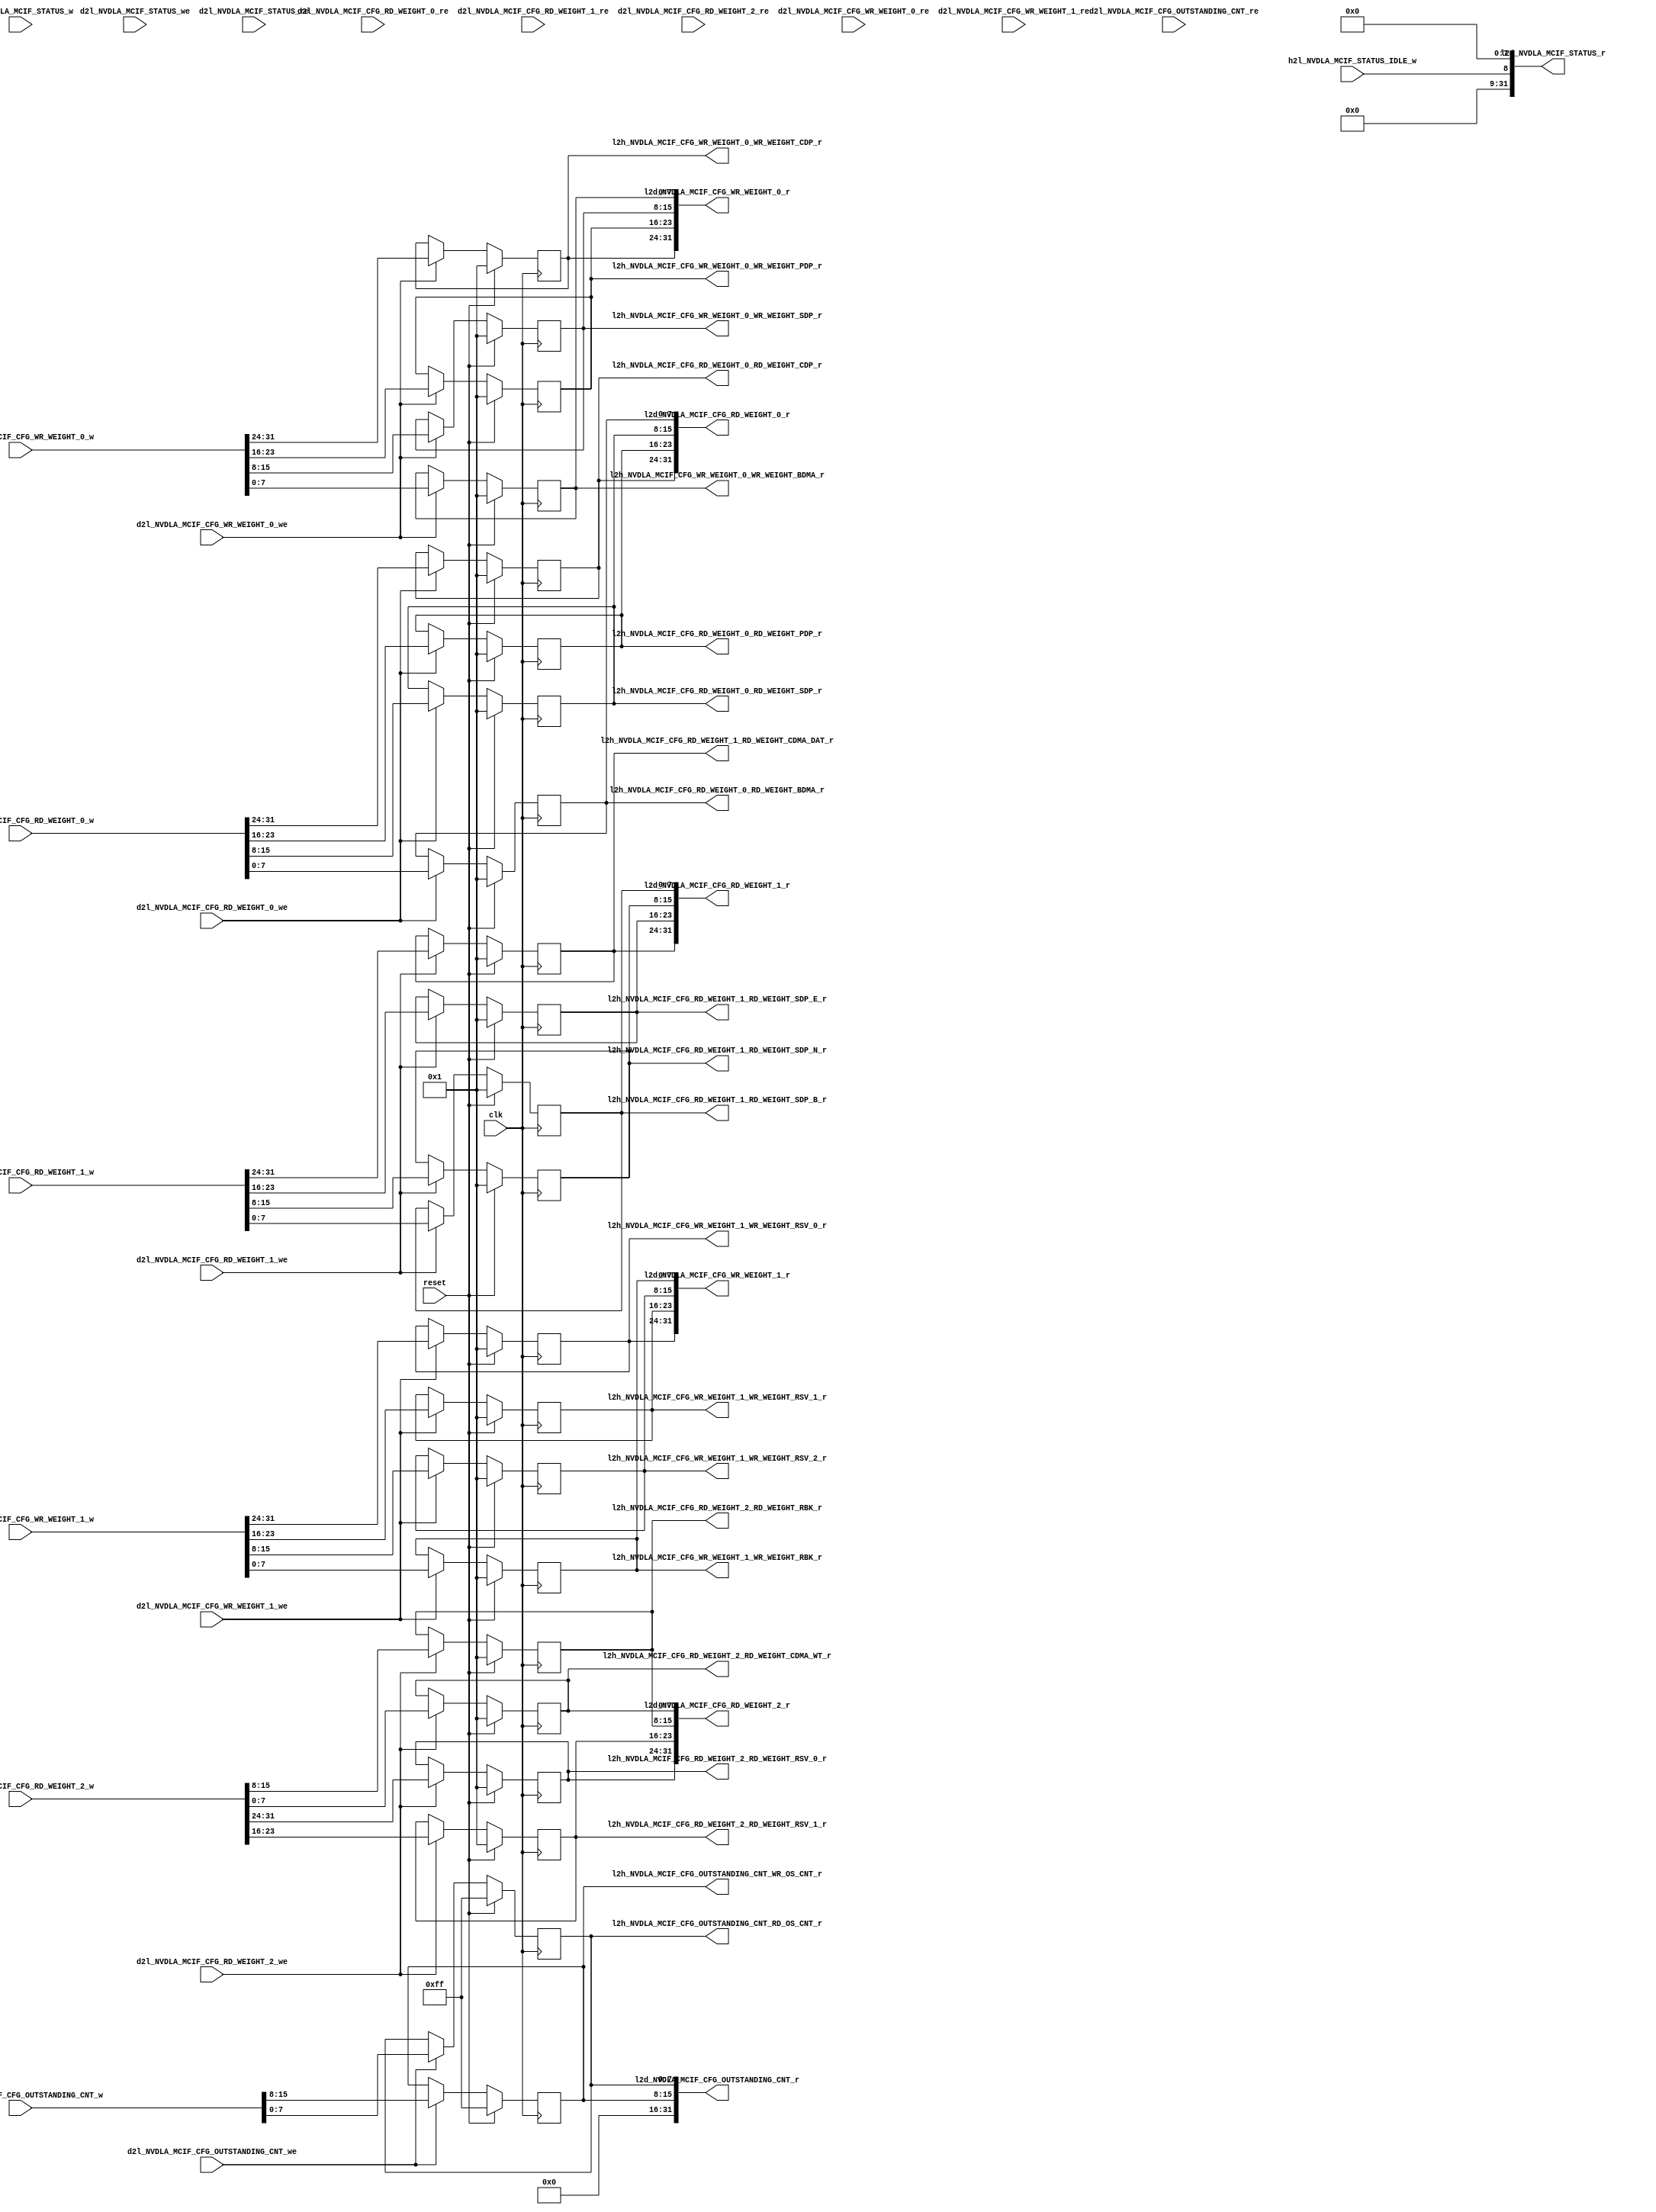
//   Ordt 171103.01 autogenerated file 
//   Input: NVDLA_MCIF.rdl
//   Parms: opendla.parms
//

//
//---------- module addrmap_NVDLA_jrdl_logic
//
module addrmap_NVDLA_jrdl_logic
(
  clk,
  reset,
  d2l_NVDLA_MCIF_CFG_RD_WEIGHT_0_w,
  d2l_NVDLA_MCIF_CFG_RD_WEIGHT_0_we,
  d2l_NVDLA_MCIF_CFG_RD_WEIGHT_0_re,
  d2l_NVDLA_MCIF_CFG_RD_WEIGHT_1_w,
  d2l_NVDLA_MCIF_CFG_RD_WEIGHT_1_we,
  d2l_NVDLA_MCIF_CFG_RD_WEIGHT_1_re,
  d2l_NVDLA_MCIF_CFG_RD_WEIGHT_2_w,
  d2l_NVDLA_MCIF_CFG_RD_WEIGHT_2_we,
  d2l_NVDLA_MCIF_CFG_RD_WEIGHT_2_re,
  d2l_NVDLA_MCIF_CFG_WR_WEIGHT_0_w,
  d2l_NVDLA_MCIF_CFG_WR_WEIGHT_0_we,
  d2l_NVDLA_MCIF_CFG_WR_WEIGHT_0_re,
  d2l_NVDLA_MCIF_CFG_WR_WEIGHT_1_w,
  d2l_NVDLA_MCIF_CFG_WR_WEIGHT_1_we,
  d2l_NVDLA_MCIF_CFG_WR_WEIGHT_1_re,
  d2l_NVDLA_MCIF_CFG_OUTSTANDING_CNT_w,
  d2l_NVDLA_MCIF_CFG_OUTSTANDING_CNT_we,
  d2l_NVDLA_MCIF_CFG_OUTSTANDING_CNT_re,
  d2l_NVDLA_MCIF_STATUS_w,
  d2l_NVDLA_MCIF_STATUS_we,
  d2l_NVDLA_MCIF_STATUS_re,
  h2l_NVDLA_MCIF_STATUS_IDLE_w,

  l2d_NVDLA_MCIF_CFG_RD_WEIGHT_0_r,
  l2d_NVDLA_MCIF_CFG_RD_WEIGHT_1_r,
  l2d_NVDLA_MCIF_CFG_RD_WEIGHT_2_r,
  l2d_NVDLA_MCIF_CFG_WR_WEIGHT_0_r,
  l2d_NVDLA_MCIF_CFG_WR_WEIGHT_1_r,
  l2d_NVDLA_MCIF_CFG_OUTSTANDING_CNT_r,
  l2d_NVDLA_MCIF_STATUS_r,
  l2h_NVDLA_MCIF_CFG_RD_WEIGHT_0_RD_WEIGHT_BDMA_r,
  l2h_NVDLA_MCIF_CFG_RD_WEIGHT_0_RD_WEIGHT_SDP_r,
  l2h_NVDLA_MCIF_CFG_RD_WEIGHT_0_RD_WEIGHT_PDP_r,
  l2h_NVDLA_MCIF_CFG_RD_WEIGHT_0_RD_WEIGHT_CDP_r,
  l2h_NVDLA_MCIF_CFG_RD_WEIGHT_1_RD_WEIGHT_SDP_B_r,
  l2h_NVDLA_MCIF_CFG_RD_WEIGHT_1_RD_WEIGHT_SDP_N_r,
  l2h_NVDLA_MCIF_CFG_RD_WEIGHT_1_RD_WEIGHT_SDP_E_r,
  l2h_NVDLA_MCIF_CFG_RD_WEIGHT_1_RD_WEIGHT_CDMA_DAT_r,
  l2h_NVDLA_MCIF_CFG_RD_WEIGHT_2_RD_WEIGHT_CDMA_WT_r,
  l2h_NVDLA_MCIF_CFG_RD_WEIGHT_2_RD_WEIGHT_RBK_r,
  l2h_NVDLA_MCIF_CFG_RD_WEIGHT_2_RD_WEIGHT_RSV_1_r,
  l2h_NVDLA_MCIF_CFG_RD_WEIGHT_2_RD_WEIGHT_RSV_0_r,
  l2h_NVDLA_MCIF_CFG_WR_WEIGHT_0_WR_WEIGHT_BDMA_r,
  l2h_NVDLA_MCIF_CFG_WR_WEIGHT_0_WR_WEIGHT_SDP_r,
  l2h_NVDLA_MCIF_CFG_WR_WEIGHT_0_WR_WEIGHT_PDP_r,
  l2h_NVDLA_MCIF_CFG_WR_WEIGHT_0_WR_WEIGHT_CDP_r,
  l2h_NVDLA_MCIF_CFG_WR_WEIGHT_1_WR_WEIGHT_RBK_r,
  l2h_NVDLA_MCIF_CFG_WR_WEIGHT_1_WR_WEIGHT_RSV_2_r,
  l2h_NVDLA_MCIF_CFG_WR_WEIGHT_1_WR_WEIGHT_RSV_1_r,
  l2h_NVDLA_MCIF_CFG_WR_WEIGHT_1_WR_WEIGHT_RSV_0_r,
  l2h_NVDLA_MCIF_CFG_OUTSTANDING_CNT_RD_OS_CNT_r,
  l2h_NVDLA_MCIF_CFG_OUTSTANDING_CNT_WR_OS_CNT_r );

  //------- inputs
  input    clk;
  input    reset;
  input     [31:0] d2l_NVDLA_MCIF_CFG_RD_WEIGHT_0_w;
  input    d2l_NVDLA_MCIF_CFG_RD_WEIGHT_0_we;
  input    d2l_NVDLA_MCIF_CFG_RD_WEIGHT_0_re;
  input     [31:0] d2l_NVDLA_MCIF_CFG_RD_WEIGHT_1_w;
  input    d2l_NVDLA_MCIF_CFG_RD_WEIGHT_1_we;
  input    d2l_NVDLA_MCIF_CFG_RD_WEIGHT_1_re;
  input     [31:0] d2l_NVDLA_MCIF_CFG_RD_WEIGHT_2_w;
  input    d2l_NVDLA_MCIF_CFG_RD_WEIGHT_2_we;
  input    d2l_NVDLA_MCIF_CFG_RD_WEIGHT_2_re;
  input     [31:0] d2l_NVDLA_MCIF_CFG_WR_WEIGHT_0_w;
  input    d2l_NVDLA_MCIF_CFG_WR_WEIGHT_0_we;
  input    d2l_NVDLA_MCIF_CFG_WR_WEIGHT_0_re;
  input     [31:0] d2l_NVDLA_MCIF_CFG_WR_WEIGHT_1_w;
  input    d2l_NVDLA_MCIF_CFG_WR_WEIGHT_1_we;
  input    d2l_NVDLA_MCIF_CFG_WR_WEIGHT_1_re;
  input     [31:0] d2l_NVDLA_MCIF_CFG_OUTSTANDING_CNT_w;
  input    d2l_NVDLA_MCIF_CFG_OUTSTANDING_CNT_we;
  input    d2l_NVDLA_MCIF_CFG_OUTSTANDING_CNT_re;
  input     [31:0] d2l_NVDLA_MCIF_STATUS_w;
  input    d2l_NVDLA_MCIF_STATUS_we;
  input    d2l_NVDLA_MCIF_STATUS_re;
  input    h2l_NVDLA_MCIF_STATUS_IDLE_w;

  //------- outputs
  output     [31:0] l2d_NVDLA_MCIF_CFG_RD_WEIGHT_0_r;
  output     [31:0] l2d_NVDLA_MCIF_CFG_RD_WEIGHT_1_r;
  output     [31:0] l2d_NVDLA_MCIF_CFG_RD_WEIGHT_2_r;
  output     [31:0] l2d_NVDLA_MCIF_CFG_WR_WEIGHT_0_r;
  output     [31:0] l2d_NVDLA_MCIF_CFG_WR_WEIGHT_1_r;
  output     [31:0] l2d_NVDLA_MCIF_CFG_OUTSTANDING_CNT_r;
  output     [31:0] l2d_NVDLA_MCIF_STATUS_r;
  output     [7:0] l2h_NVDLA_MCIF_CFG_RD_WEIGHT_0_RD_WEIGHT_BDMA_r;
  output     [7:0] l2h_NVDLA_MCIF_CFG_RD_WEIGHT_0_RD_WEIGHT_SDP_r;
  output     [7:0] l2h_NVDLA_MCIF_CFG_RD_WEIGHT_0_RD_WEIGHT_PDP_r;
  output     [7:0] l2h_NVDLA_MCIF_CFG_RD_WEIGHT_0_RD_WEIGHT_CDP_r;
  output     [7:0] l2h_NVDLA_MCIF_CFG_RD_WEIGHT_1_RD_WEIGHT_SDP_B_r;
  output     [7:0] l2h_NVDLA_MCIF_CFG_RD_WEIGHT_1_RD_WEIGHT_SDP_N_r;
  output     [7:0] l2h_NVDLA_MCIF_CFG_RD_WEIGHT_1_RD_WEIGHT_SDP_E_r;
  output     [7:0] l2h_NVDLA_MCIF_CFG_RD_WEIGHT_1_RD_WEIGHT_CDMA_DAT_r;
  output     [7:0] l2h_NVDLA_MCIF_CFG_RD_WEIGHT_2_RD_WEIGHT_CDMA_WT_r;
  output     [7:0] l2h_NVDLA_MCIF_CFG_RD_WEIGHT_2_RD_WEIGHT_RBK_r;
  output     [7:0] l2h_NVDLA_MCIF_CFG_RD_WEIGHT_2_RD_WEIGHT_RSV_1_r;
  output     [7:0] l2h_NVDLA_MCIF_CFG_RD_WEIGHT_2_RD_WEIGHT_RSV_0_r;
  output     [7:0] l2h_NVDLA_MCIF_CFG_WR_WEIGHT_0_WR_WEIGHT_BDMA_r;
  output     [7:0] l2h_NVDLA_MCIF_CFG_WR_WEIGHT_0_WR_WEIGHT_SDP_r;
  output     [7:0] l2h_NVDLA_MCIF_CFG_WR_WEIGHT_0_WR_WEIGHT_PDP_r;
  output     [7:0] l2h_NVDLA_MCIF_CFG_WR_WEIGHT_0_WR_WEIGHT_CDP_r;
  output     [7:0] l2h_NVDLA_MCIF_CFG_WR_WEIGHT_1_WR_WEIGHT_RBK_r;
  output     [7:0] l2h_NVDLA_MCIF_CFG_WR_WEIGHT_1_WR_WEIGHT_RSV_2_r;
  output     [7:0] l2h_NVDLA_MCIF_CFG_WR_WEIGHT_1_WR_WEIGHT_RSV_1_r;
  output     [7:0] l2h_NVDLA_MCIF_CFG_WR_WEIGHT_1_WR_WEIGHT_RSV_0_r;
  output     [7:0] l2h_NVDLA_MCIF_CFG_OUTSTANDING_CNT_RD_OS_CNT_r;
  output     [7:0] l2h_NVDLA_MCIF_CFG_OUTSTANDING_CNT_WR_OS_CNT_r;


  //------- reg defines
  reg   [7:0] rg_NVDLA_MCIF_CFG_RD_WEIGHT_0_RD_WEIGHT_BDMA;
  reg   [7:0] reg_NVDLA_MCIF_CFG_RD_WEIGHT_0_RD_WEIGHT_BDMA_next;
  reg   [7:0] l2h_NVDLA_MCIF_CFG_RD_WEIGHT_0_RD_WEIGHT_BDMA_r;
  reg   [7:0] rg_NVDLA_MCIF_CFG_RD_WEIGHT_0_RD_WEIGHT_SDP;
  reg   [7:0] reg_NVDLA_MCIF_CFG_RD_WEIGHT_0_RD_WEIGHT_SDP_next;
  reg   [7:0] l2h_NVDLA_MCIF_CFG_RD_WEIGHT_0_RD_WEIGHT_SDP_r;
  reg   [7:0] rg_NVDLA_MCIF_CFG_RD_WEIGHT_0_RD_WEIGHT_PDP;
  reg   [7:0] reg_NVDLA_MCIF_CFG_RD_WEIGHT_0_RD_WEIGHT_PDP_next;
  reg   [7:0] l2h_NVDLA_MCIF_CFG_RD_WEIGHT_0_RD_WEIGHT_PDP_r;
  reg   [7:0] rg_NVDLA_MCIF_CFG_RD_WEIGHT_0_RD_WEIGHT_CDP;
  reg   [7:0] reg_NVDLA_MCIF_CFG_RD_WEIGHT_0_RD_WEIGHT_CDP_next;
  reg   [7:0] l2h_NVDLA_MCIF_CFG_RD_WEIGHT_0_RD_WEIGHT_CDP_r;
  reg   [31:0] l2d_NVDLA_MCIF_CFG_RD_WEIGHT_0_r;
  reg   [7:0] rg_NVDLA_MCIF_CFG_RD_WEIGHT_1_RD_WEIGHT_SDP_B;
  reg   [7:0] reg_NVDLA_MCIF_CFG_RD_WEIGHT_1_RD_WEIGHT_SDP_B_next;
  reg   [7:0] l2h_NVDLA_MCIF_CFG_RD_WEIGHT_1_RD_WEIGHT_SDP_B_r;
  reg   [7:0] rg_NVDLA_MCIF_CFG_RD_WEIGHT_1_RD_WEIGHT_SDP_N;
  reg   [7:0] reg_NVDLA_MCIF_CFG_RD_WEIGHT_1_RD_WEIGHT_SDP_N_next;
  reg   [7:0] l2h_NVDLA_MCIF_CFG_RD_WEIGHT_1_RD_WEIGHT_SDP_N_r;
  reg   [7:0] rg_NVDLA_MCIF_CFG_RD_WEIGHT_1_RD_WEIGHT_SDP_E;
  reg   [7:0] reg_NVDLA_MCIF_CFG_RD_WEIGHT_1_RD_WEIGHT_SDP_E_next;
  reg   [7:0] l2h_NVDLA_MCIF_CFG_RD_WEIGHT_1_RD_WEIGHT_SDP_E_r;
  reg   [7:0] rg_NVDLA_MCIF_CFG_RD_WEIGHT_1_RD_WEIGHT_CDMA_DAT;
  reg   [7:0] reg_NVDLA_MCIF_CFG_RD_WEIGHT_1_RD_WEIGHT_CDMA_DAT_next;
  reg   [7:0] l2h_NVDLA_MCIF_CFG_RD_WEIGHT_1_RD_WEIGHT_CDMA_DAT_r;
  reg   [31:0] l2d_NVDLA_MCIF_CFG_RD_WEIGHT_1_r;
  reg   [7:0] rg_NVDLA_MCIF_CFG_RD_WEIGHT_2_RD_WEIGHT_CDMA_WT;
  reg   [7:0] reg_NVDLA_MCIF_CFG_RD_WEIGHT_2_RD_WEIGHT_CDMA_WT_next;
  reg   [7:0] l2h_NVDLA_MCIF_CFG_RD_WEIGHT_2_RD_WEIGHT_CDMA_WT_r;
  reg   [7:0] rg_NVDLA_MCIF_CFG_RD_WEIGHT_2_RD_WEIGHT_RBK;
  reg   [7:0] reg_NVDLA_MCIF_CFG_RD_WEIGHT_2_RD_WEIGHT_RBK_next;
  reg   [7:0] l2h_NVDLA_MCIF_CFG_RD_WEIGHT_2_RD_WEIGHT_RBK_r;
  reg   [7:0] rg_NVDLA_MCIF_CFG_RD_WEIGHT_2_RD_WEIGHT_RSV_1;
  reg   [7:0] reg_NVDLA_MCIF_CFG_RD_WEIGHT_2_RD_WEIGHT_RSV_1_next;
  reg   [7:0] l2h_NVDLA_MCIF_CFG_RD_WEIGHT_2_RD_WEIGHT_RSV_1_r;
  reg   [7:0] rg_NVDLA_MCIF_CFG_RD_WEIGHT_2_RD_WEIGHT_RSV_0;
  reg   [7:0] reg_NVDLA_MCIF_CFG_RD_WEIGHT_2_RD_WEIGHT_RSV_0_next;
  reg   [7:0] l2h_NVDLA_MCIF_CFG_RD_WEIGHT_2_RD_WEIGHT_RSV_0_r;
  reg   [31:0] l2d_NVDLA_MCIF_CFG_RD_WEIGHT_2_r;
  reg   [7:0] rg_NVDLA_MCIF_CFG_WR_WEIGHT_0_WR_WEIGHT_BDMA;
  reg   [7:0] reg_NVDLA_MCIF_CFG_WR_WEIGHT_0_WR_WEIGHT_BDMA_next;
  reg   [7:0] l2h_NVDLA_MCIF_CFG_WR_WEIGHT_0_WR_WEIGHT_BDMA_r;
  reg   [7:0] rg_NVDLA_MCIF_CFG_WR_WEIGHT_0_WR_WEIGHT_SDP;
  reg   [7:0] reg_NVDLA_MCIF_CFG_WR_WEIGHT_0_WR_WEIGHT_SDP_next;
  reg   [7:0] l2h_NVDLA_MCIF_CFG_WR_WEIGHT_0_WR_WEIGHT_SDP_r;
  reg   [7:0] rg_NVDLA_MCIF_CFG_WR_WEIGHT_0_WR_WEIGHT_PDP;
  reg   [7:0] reg_NVDLA_MCIF_CFG_WR_WEIGHT_0_WR_WEIGHT_PDP_next;
  reg   [7:0] l2h_NVDLA_MCIF_CFG_WR_WEIGHT_0_WR_WEIGHT_PDP_r;
  reg   [7:0] rg_NVDLA_MCIF_CFG_WR_WEIGHT_0_WR_WEIGHT_CDP;
  reg   [7:0] reg_NVDLA_MCIF_CFG_WR_WEIGHT_0_WR_WEIGHT_CDP_next;
  reg   [7:0] l2h_NVDLA_MCIF_CFG_WR_WEIGHT_0_WR_WEIGHT_CDP_r;
  reg   [31:0] l2d_NVDLA_MCIF_CFG_WR_WEIGHT_0_r;
  reg   [7:0] rg_NVDLA_MCIF_CFG_WR_WEIGHT_1_WR_WEIGHT_RBK;
  reg   [7:0] reg_NVDLA_MCIF_CFG_WR_WEIGHT_1_WR_WEIGHT_RBK_next;
  reg   [7:0] l2h_NVDLA_MCIF_CFG_WR_WEIGHT_1_WR_WEIGHT_RBK_r;
  reg   [7:0] rg_NVDLA_MCIF_CFG_WR_WEIGHT_1_WR_WEIGHT_RSV_2;
  reg   [7:0] reg_NVDLA_MCIF_CFG_WR_WEIGHT_1_WR_WEIGHT_RSV_2_next;
  reg   [7:0] l2h_NVDLA_MCIF_CFG_WR_WEIGHT_1_WR_WEIGHT_RSV_2_r;
  reg   [7:0] rg_NVDLA_MCIF_CFG_WR_WEIGHT_1_WR_WEIGHT_RSV_1;
  reg   [7:0] reg_NVDLA_MCIF_CFG_WR_WEIGHT_1_WR_WEIGHT_RSV_1_next;
  reg   [7:0] l2h_NVDLA_MCIF_CFG_WR_WEIGHT_1_WR_WEIGHT_RSV_1_r;
  reg   [7:0] rg_NVDLA_MCIF_CFG_WR_WEIGHT_1_WR_WEIGHT_RSV_0;
  reg   [7:0] reg_NVDLA_MCIF_CFG_WR_WEIGHT_1_WR_WEIGHT_RSV_0_next;
  reg   [7:0] l2h_NVDLA_MCIF_CFG_WR_WEIGHT_1_WR_WEIGHT_RSV_0_r;
  reg   [31:0] l2d_NVDLA_MCIF_CFG_WR_WEIGHT_1_r;
  reg   [7:0] rg_NVDLA_MCIF_CFG_OUTSTANDING_CNT_RD_OS_CNT;
  reg   [7:0] reg_NVDLA_MCIF_CFG_OUTSTANDING_CNT_RD_OS_CNT_next;
  reg   [7:0] l2h_NVDLA_MCIF_CFG_OUTSTANDING_CNT_RD_OS_CNT_r;
  reg   [7:0] rg_NVDLA_MCIF_CFG_OUTSTANDING_CNT_WR_OS_CNT;
  reg   [7:0] reg_NVDLA_MCIF_CFG_OUTSTANDING_CNT_WR_OS_CNT_next;
  reg   [7:0] l2h_NVDLA_MCIF_CFG_OUTSTANDING_CNT_WR_OS_CNT_r;
  reg   [31:0] l2d_NVDLA_MCIF_CFG_OUTSTANDING_CNT_r;
  reg  rg_NVDLA_MCIF_STATUS_IDLE;
  reg   [31:0] l2d_NVDLA_MCIF_STATUS_r;
  
  
  //------- combinatorial assigns for NVDLA_MCIF_STATUS (pio read data)
  always @ (*) begin
    l2d_NVDLA_MCIF_STATUS_r = 32'b0;
    l2d_NVDLA_MCIF_STATUS_r [8]  = rg_NVDLA_MCIF_STATUS_IDLE;
  end
  
  //------- combinatorial assigns for NVDLA_MCIF_CFG_OUTSTANDING_CNT (pio read data)
  always @ (*) begin
    l2d_NVDLA_MCIF_CFG_OUTSTANDING_CNT_r = 32'b0;
    l2d_NVDLA_MCIF_CFG_OUTSTANDING_CNT_r [7:0]  = rg_NVDLA_MCIF_CFG_OUTSTANDING_CNT_RD_OS_CNT;
    l2d_NVDLA_MCIF_CFG_OUTSTANDING_CNT_r [15:8]  = rg_NVDLA_MCIF_CFG_OUTSTANDING_CNT_WR_OS_CNT;
  end
  
  //------- combinatorial assigns for NVDLA_MCIF_CFG_WR_WEIGHT_1 (pio read data)
  always @ (*) begin
    l2d_NVDLA_MCIF_CFG_WR_WEIGHT_1_r [7:0]  = rg_NVDLA_MCIF_CFG_WR_WEIGHT_1_WR_WEIGHT_RBK;
    l2d_NVDLA_MCIF_CFG_WR_WEIGHT_1_r [15:8]  = rg_NVDLA_MCIF_CFG_WR_WEIGHT_1_WR_WEIGHT_RSV_2;
    l2d_NVDLA_MCIF_CFG_WR_WEIGHT_1_r [23:16]  = rg_NVDLA_MCIF_CFG_WR_WEIGHT_1_WR_WEIGHT_RSV_1;
    l2d_NVDLA_MCIF_CFG_WR_WEIGHT_1_r [31:24]  = rg_NVDLA_MCIF_CFG_WR_WEIGHT_1_WR_WEIGHT_RSV_0;
  end
  
  //------- combinatorial assigns for NVDLA_MCIF_STATUS
  always @ (*) begin
    rg_NVDLA_MCIF_STATUS_IDLE =  h2l_NVDLA_MCIF_STATUS_IDLE_w;
  end
  
  //------- combinatorial assigns for NVDLA_MCIF_CFG_RD_WEIGHT_2 (pio read data)
  always @ (*) begin
    l2d_NVDLA_MCIF_CFG_RD_WEIGHT_2_r [7:0]  = rg_NVDLA_MCIF_CFG_RD_WEIGHT_2_RD_WEIGHT_CDMA_WT;
    l2d_NVDLA_MCIF_CFG_RD_WEIGHT_2_r [15:8]  = rg_NVDLA_MCIF_CFG_RD_WEIGHT_2_RD_WEIGHT_RBK;
    l2d_NVDLA_MCIF_CFG_RD_WEIGHT_2_r [23:16]  = rg_NVDLA_MCIF_CFG_RD_WEIGHT_2_RD_WEIGHT_RSV_1;
    l2d_NVDLA_MCIF_CFG_RD_WEIGHT_2_r [31:24]  = rg_NVDLA_MCIF_CFG_RD_WEIGHT_2_RD_WEIGHT_RSV_0;
  end
  
  //------- combinatorial assigns for NVDLA_MCIF_CFG_RD_WEIGHT_0 (pio read data)
  always @ (*) begin
    l2d_NVDLA_MCIF_CFG_RD_WEIGHT_0_r [7:0]  = rg_NVDLA_MCIF_CFG_RD_WEIGHT_0_RD_WEIGHT_BDMA;
    l2d_NVDLA_MCIF_CFG_RD_WEIGHT_0_r [15:8]  = rg_NVDLA_MCIF_CFG_RD_WEIGHT_0_RD_WEIGHT_SDP;
    l2d_NVDLA_MCIF_CFG_RD_WEIGHT_0_r [23:16]  = rg_NVDLA_MCIF_CFG_RD_WEIGHT_0_RD_WEIGHT_PDP;
    l2d_NVDLA_MCIF_CFG_RD_WEIGHT_0_r [31:24]  = rg_NVDLA_MCIF_CFG_RD_WEIGHT_0_RD_WEIGHT_CDP;
  end
  
  //------- combinatorial assigns for NVDLA_MCIF_CFG_RD_WEIGHT_0
  always @ (*) begin
    reg_NVDLA_MCIF_CFG_RD_WEIGHT_0_RD_WEIGHT_BDMA_next = rg_NVDLA_MCIF_CFG_RD_WEIGHT_0_RD_WEIGHT_BDMA;
    l2h_NVDLA_MCIF_CFG_RD_WEIGHT_0_RD_WEIGHT_BDMA_r = rg_NVDLA_MCIF_CFG_RD_WEIGHT_0_RD_WEIGHT_BDMA;
    reg_NVDLA_MCIF_CFG_RD_WEIGHT_0_RD_WEIGHT_SDP_next = rg_NVDLA_MCIF_CFG_RD_WEIGHT_0_RD_WEIGHT_SDP;
    l2h_NVDLA_MCIF_CFG_RD_WEIGHT_0_RD_WEIGHT_SDP_r = rg_NVDLA_MCIF_CFG_RD_WEIGHT_0_RD_WEIGHT_SDP;
    reg_NVDLA_MCIF_CFG_RD_WEIGHT_0_RD_WEIGHT_PDP_next = rg_NVDLA_MCIF_CFG_RD_WEIGHT_0_RD_WEIGHT_PDP;
    l2h_NVDLA_MCIF_CFG_RD_WEIGHT_0_RD_WEIGHT_PDP_r = rg_NVDLA_MCIF_CFG_RD_WEIGHT_0_RD_WEIGHT_PDP;
    reg_NVDLA_MCIF_CFG_RD_WEIGHT_0_RD_WEIGHT_CDP_next = rg_NVDLA_MCIF_CFG_RD_WEIGHT_0_RD_WEIGHT_CDP;
    l2h_NVDLA_MCIF_CFG_RD_WEIGHT_0_RD_WEIGHT_CDP_r = rg_NVDLA_MCIF_CFG_RD_WEIGHT_0_RD_WEIGHT_CDP;
    if (d2l_NVDLA_MCIF_CFG_RD_WEIGHT_0_we) reg_NVDLA_MCIF_CFG_RD_WEIGHT_0_RD_WEIGHT_BDMA_next = d2l_NVDLA_MCIF_CFG_RD_WEIGHT_0_w [7:0] ;
    if (d2l_NVDLA_MCIF_CFG_RD_WEIGHT_0_we) reg_NVDLA_MCIF_CFG_RD_WEIGHT_0_RD_WEIGHT_SDP_next = d2l_NVDLA_MCIF_CFG_RD_WEIGHT_0_w [15:8] ;
    if (d2l_NVDLA_MCIF_CFG_RD_WEIGHT_0_we) reg_NVDLA_MCIF_CFG_RD_WEIGHT_0_RD_WEIGHT_PDP_next = d2l_NVDLA_MCIF_CFG_RD_WEIGHT_0_w [23:16] ;
    if (d2l_NVDLA_MCIF_CFG_RD_WEIGHT_0_we) reg_NVDLA_MCIF_CFG_RD_WEIGHT_0_RD_WEIGHT_CDP_next = d2l_NVDLA_MCIF_CFG_RD_WEIGHT_0_w [31:24] ;
  end
  
  //------- reg assigns for NVDLA_MCIF_CFG_RD_WEIGHT_0
  always @ (posedge clk) begin
    if (reset) begin
      rg_NVDLA_MCIF_CFG_RD_WEIGHT_0_RD_WEIGHT_BDMA <= #1 8'h1;
      rg_NVDLA_MCIF_CFG_RD_WEIGHT_0_RD_WEIGHT_SDP <= #1 8'h1;
      rg_NVDLA_MCIF_CFG_RD_WEIGHT_0_RD_WEIGHT_PDP <= #1 8'h1;
      rg_NVDLA_MCIF_CFG_RD_WEIGHT_0_RD_WEIGHT_CDP <= #1 8'h1;
    end
    else begin
      rg_NVDLA_MCIF_CFG_RD_WEIGHT_0_RD_WEIGHT_BDMA <= #1  reg_NVDLA_MCIF_CFG_RD_WEIGHT_0_RD_WEIGHT_BDMA_next;
      rg_NVDLA_MCIF_CFG_RD_WEIGHT_0_RD_WEIGHT_SDP <= #1  reg_NVDLA_MCIF_CFG_RD_WEIGHT_0_RD_WEIGHT_SDP_next;
      rg_NVDLA_MCIF_CFG_RD_WEIGHT_0_RD_WEIGHT_PDP <= #1  reg_NVDLA_MCIF_CFG_RD_WEIGHT_0_RD_WEIGHT_PDP_next;
      rg_NVDLA_MCIF_CFG_RD_WEIGHT_0_RD_WEIGHT_CDP <= #1  reg_NVDLA_MCIF_CFG_RD_WEIGHT_0_RD_WEIGHT_CDP_next;
    end
  end
  
  //------- combinatorial assigns for NVDLA_MCIF_CFG_RD_WEIGHT_1
  always @ (*) begin
    reg_NVDLA_MCIF_CFG_RD_WEIGHT_1_RD_WEIGHT_SDP_B_next = rg_NVDLA_MCIF_CFG_RD_WEIGHT_1_RD_WEIGHT_SDP_B;
    l2h_NVDLA_MCIF_CFG_RD_WEIGHT_1_RD_WEIGHT_SDP_B_r = rg_NVDLA_MCIF_CFG_RD_WEIGHT_1_RD_WEIGHT_SDP_B;
    reg_NVDLA_MCIF_CFG_RD_WEIGHT_1_RD_WEIGHT_SDP_N_next = rg_NVDLA_MCIF_CFG_RD_WEIGHT_1_RD_WEIGHT_SDP_N;
    l2h_NVDLA_MCIF_CFG_RD_WEIGHT_1_RD_WEIGHT_SDP_N_r = rg_NVDLA_MCIF_CFG_RD_WEIGHT_1_RD_WEIGHT_SDP_N;
    reg_NVDLA_MCIF_CFG_RD_WEIGHT_1_RD_WEIGHT_SDP_E_next = rg_NVDLA_MCIF_CFG_RD_WEIGHT_1_RD_WEIGHT_SDP_E;
    l2h_NVDLA_MCIF_CFG_RD_WEIGHT_1_RD_WEIGHT_SDP_E_r = rg_NVDLA_MCIF_CFG_RD_WEIGHT_1_RD_WEIGHT_SDP_E;
    reg_NVDLA_MCIF_CFG_RD_WEIGHT_1_RD_WEIGHT_CDMA_DAT_next = rg_NVDLA_MCIF_CFG_RD_WEIGHT_1_RD_WEIGHT_CDMA_DAT;
    l2h_NVDLA_MCIF_CFG_RD_WEIGHT_1_RD_WEIGHT_CDMA_DAT_r = rg_NVDLA_MCIF_CFG_RD_WEIGHT_1_RD_WEIGHT_CDMA_DAT;
    if (d2l_NVDLA_MCIF_CFG_RD_WEIGHT_1_we) reg_NVDLA_MCIF_CFG_RD_WEIGHT_1_RD_WEIGHT_SDP_B_next = d2l_NVDLA_MCIF_CFG_RD_WEIGHT_1_w [7:0] ;
    if (d2l_NVDLA_MCIF_CFG_RD_WEIGHT_1_we) reg_NVDLA_MCIF_CFG_RD_WEIGHT_1_RD_WEIGHT_SDP_N_next = d2l_NVDLA_MCIF_CFG_RD_WEIGHT_1_w [15:8] ;
    if (d2l_NVDLA_MCIF_CFG_RD_WEIGHT_1_we) reg_NVDLA_MCIF_CFG_RD_WEIGHT_1_RD_WEIGHT_SDP_E_next = d2l_NVDLA_MCIF_CFG_RD_WEIGHT_1_w [23:16] ;
    if (d2l_NVDLA_MCIF_CFG_RD_WEIGHT_1_we) reg_NVDLA_MCIF_CFG_RD_WEIGHT_1_RD_WEIGHT_CDMA_DAT_next = d2l_NVDLA_MCIF_CFG_RD_WEIGHT_1_w [31:24] ;
  end
  
  //------- reg assigns for NVDLA_MCIF_CFG_RD_WEIGHT_1
  always @ (posedge clk) begin
    if (reset) begin
      rg_NVDLA_MCIF_CFG_RD_WEIGHT_1_RD_WEIGHT_SDP_B <= #1 8'h1;
      rg_NVDLA_MCIF_CFG_RD_WEIGHT_1_RD_WEIGHT_SDP_N <= #1 8'h1;
      rg_NVDLA_MCIF_CFG_RD_WEIGHT_1_RD_WEIGHT_SDP_E <= #1 8'h1;
      rg_NVDLA_MCIF_CFG_RD_WEIGHT_1_RD_WEIGHT_CDMA_DAT <= #1 8'h1;
    end
    else begin
      rg_NVDLA_MCIF_CFG_RD_WEIGHT_1_RD_WEIGHT_SDP_B <= #1  reg_NVDLA_MCIF_CFG_RD_WEIGHT_1_RD_WEIGHT_SDP_B_next;
      rg_NVDLA_MCIF_CFG_RD_WEIGHT_1_RD_WEIGHT_SDP_N <= #1  reg_NVDLA_MCIF_CFG_RD_WEIGHT_1_RD_WEIGHT_SDP_N_next;
      rg_NVDLA_MCIF_CFG_RD_WEIGHT_1_RD_WEIGHT_SDP_E <= #1  reg_NVDLA_MCIF_CFG_RD_WEIGHT_1_RD_WEIGHT_SDP_E_next;
      rg_NVDLA_MCIF_CFG_RD_WEIGHT_1_RD_WEIGHT_CDMA_DAT <= #1  reg_NVDLA_MCIF_CFG_RD_WEIGHT_1_RD_WEIGHT_CDMA_DAT_next;
    end
  end
  
  //------- combinatorial assigns for NVDLA_MCIF_CFG_RD_WEIGHT_2
  always @ (*) begin
    reg_NVDLA_MCIF_CFG_RD_WEIGHT_2_RD_WEIGHT_CDMA_WT_next = rg_NVDLA_MCIF_CFG_RD_WEIGHT_2_RD_WEIGHT_CDMA_WT;
    l2h_NVDLA_MCIF_CFG_RD_WEIGHT_2_RD_WEIGHT_CDMA_WT_r = rg_NVDLA_MCIF_CFG_RD_WEIGHT_2_RD_WEIGHT_CDMA_WT;
    reg_NVDLA_MCIF_CFG_RD_WEIGHT_2_RD_WEIGHT_RBK_next = rg_NVDLA_MCIF_CFG_RD_WEIGHT_2_RD_WEIGHT_RBK;
    l2h_NVDLA_MCIF_CFG_RD_WEIGHT_2_RD_WEIGHT_RBK_r = rg_NVDLA_MCIF_CFG_RD_WEIGHT_2_RD_WEIGHT_RBK;
    reg_NVDLA_MCIF_CFG_RD_WEIGHT_2_RD_WEIGHT_RSV_1_next = rg_NVDLA_MCIF_CFG_RD_WEIGHT_2_RD_WEIGHT_RSV_1;
    l2h_NVDLA_MCIF_CFG_RD_WEIGHT_2_RD_WEIGHT_RSV_1_r = rg_NVDLA_MCIF_CFG_RD_WEIGHT_2_RD_WEIGHT_RSV_1;
    reg_NVDLA_MCIF_CFG_RD_WEIGHT_2_RD_WEIGHT_RSV_0_next = rg_NVDLA_MCIF_CFG_RD_WEIGHT_2_RD_WEIGHT_RSV_0;
    l2h_NVDLA_MCIF_CFG_RD_WEIGHT_2_RD_WEIGHT_RSV_0_r = rg_NVDLA_MCIF_CFG_RD_WEIGHT_2_RD_WEIGHT_RSV_0;
    if (d2l_NVDLA_MCIF_CFG_RD_WEIGHT_2_we) reg_NVDLA_MCIF_CFG_RD_WEIGHT_2_RD_WEIGHT_CDMA_WT_next = d2l_NVDLA_MCIF_CFG_RD_WEIGHT_2_w [7:0] ;
    if (d2l_NVDLA_MCIF_CFG_RD_WEIGHT_2_we) reg_NVDLA_MCIF_CFG_RD_WEIGHT_2_RD_WEIGHT_RBK_next = d2l_NVDLA_MCIF_CFG_RD_WEIGHT_2_w [15:8] ;
    if (d2l_NVDLA_MCIF_CFG_RD_WEIGHT_2_we) reg_NVDLA_MCIF_CFG_RD_WEIGHT_2_RD_WEIGHT_RSV_1_next = d2l_NVDLA_MCIF_CFG_RD_WEIGHT_2_w [23:16] ;
    if (d2l_NVDLA_MCIF_CFG_RD_WEIGHT_2_we) reg_NVDLA_MCIF_CFG_RD_WEIGHT_2_RD_WEIGHT_RSV_0_next = d2l_NVDLA_MCIF_CFG_RD_WEIGHT_2_w [31:24] ;
  end
  
  //------- reg assigns for NVDLA_MCIF_CFG_RD_WEIGHT_2
  always @ (posedge clk) begin
    if (reset) begin
      rg_NVDLA_MCIF_CFG_RD_WEIGHT_2_RD_WEIGHT_CDMA_WT <= #1 8'h1;
      rg_NVDLA_MCIF_CFG_RD_WEIGHT_2_RD_WEIGHT_RBK <= #1 8'h1;
      rg_NVDLA_MCIF_CFG_RD_WEIGHT_2_RD_WEIGHT_RSV_1 <= #1 8'h1;
      rg_NVDLA_MCIF_CFG_RD_WEIGHT_2_RD_WEIGHT_RSV_0 <= #1 8'h1;
    end
    else begin
      rg_NVDLA_MCIF_CFG_RD_WEIGHT_2_RD_WEIGHT_CDMA_WT <= #1  reg_NVDLA_MCIF_CFG_RD_WEIGHT_2_RD_WEIGHT_CDMA_WT_next;
      rg_NVDLA_MCIF_CFG_RD_WEIGHT_2_RD_WEIGHT_RBK <= #1  reg_NVDLA_MCIF_CFG_RD_WEIGHT_2_RD_WEIGHT_RBK_next;
      rg_NVDLA_MCIF_CFG_RD_WEIGHT_2_RD_WEIGHT_RSV_1 <= #1  reg_NVDLA_MCIF_CFG_RD_WEIGHT_2_RD_WEIGHT_RSV_1_next;
      rg_NVDLA_MCIF_CFG_RD_WEIGHT_2_RD_WEIGHT_RSV_0 <= #1  reg_NVDLA_MCIF_CFG_RD_WEIGHT_2_RD_WEIGHT_RSV_0_next;
    end
  end
  
  //------- combinatorial assigns for NVDLA_MCIF_CFG_WR_WEIGHT_0 (pio read data)
  always @ (*) begin
    l2d_NVDLA_MCIF_CFG_WR_WEIGHT_0_r [7:0]  = rg_NVDLA_MCIF_CFG_WR_WEIGHT_0_WR_WEIGHT_BDMA;
    l2d_NVDLA_MCIF_CFG_WR_WEIGHT_0_r [15:8]  = rg_NVDLA_MCIF_CFG_WR_WEIGHT_0_WR_WEIGHT_SDP;
    l2d_NVDLA_MCIF_CFG_WR_WEIGHT_0_r [23:16]  = rg_NVDLA_MCIF_CFG_WR_WEIGHT_0_WR_WEIGHT_PDP;
    l2d_NVDLA_MCIF_CFG_WR_WEIGHT_0_r [31:24]  = rg_NVDLA_MCIF_CFG_WR_WEIGHT_0_WR_WEIGHT_CDP;
  end
  
  //------- combinatorial assigns for NVDLA_MCIF_CFG_RD_WEIGHT_1 (pio read data)
  always @ (*) begin
    l2d_NVDLA_MCIF_CFG_RD_WEIGHT_1_r [7:0]  = rg_NVDLA_MCIF_CFG_RD_WEIGHT_1_RD_WEIGHT_SDP_B;
    l2d_NVDLA_MCIF_CFG_RD_WEIGHT_1_r [15:8]  = rg_NVDLA_MCIF_CFG_RD_WEIGHT_1_RD_WEIGHT_SDP_N;
    l2d_NVDLA_MCIF_CFG_RD_WEIGHT_1_r [23:16]  = rg_NVDLA_MCIF_CFG_RD_WEIGHT_1_RD_WEIGHT_SDP_E;
    l2d_NVDLA_MCIF_CFG_RD_WEIGHT_1_r [31:24]  = rg_NVDLA_MCIF_CFG_RD_WEIGHT_1_RD_WEIGHT_CDMA_DAT;
  end
  
  //------- combinatorial assigns for NVDLA_MCIF_CFG_WR_WEIGHT_0
  always @ (*) begin
    reg_NVDLA_MCIF_CFG_WR_WEIGHT_0_WR_WEIGHT_BDMA_next = rg_NVDLA_MCIF_CFG_WR_WEIGHT_0_WR_WEIGHT_BDMA;
    l2h_NVDLA_MCIF_CFG_WR_WEIGHT_0_WR_WEIGHT_BDMA_r = rg_NVDLA_MCIF_CFG_WR_WEIGHT_0_WR_WEIGHT_BDMA;
    reg_NVDLA_MCIF_CFG_WR_WEIGHT_0_WR_WEIGHT_SDP_next = rg_NVDLA_MCIF_CFG_WR_WEIGHT_0_WR_WEIGHT_SDP;
    l2h_NVDLA_MCIF_CFG_WR_WEIGHT_0_WR_WEIGHT_SDP_r = rg_NVDLA_MCIF_CFG_WR_WEIGHT_0_WR_WEIGHT_SDP;
    reg_NVDLA_MCIF_CFG_WR_WEIGHT_0_WR_WEIGHT_PDP_next = rg_NVDLA_MCIF_CFG_WR_WEIGHT_0_WR_WEIGHT_PDP;
    l2h_NVDLA_MCIF_CFG_WR_WEIGHT_0_WR_WEIGHT_PDP_r = rg_NVDLA_MCIF_CFG_WR_WEIGHT_0_WR_WEIGHT_PDP;
    reg_NVDLA_MCIF_CFG_WR_WEIGHT_0_WR_WEIGHT_CDP_next = rg_NVDLA_MCIF_CFG_WR_WEIGHT_0_WR_WEIGHT_CDP;
    l2h_NVDLA_MCIF_CFG_WR_WEIGHT_0_WR_WEIGHT_CDP_r = rg_NVDLA_MCIF_CFG_WR_WEIGHT_0_WR_WEIGHT_CDP;
    if (d2l_NVDLA_MCIF_CFG_WR_WEIGHT_0_we) reg_NVDLA_MCIF_CFG_WR_WEIGHT_0_WR_WEIGHT_BDMA_next = d2l_NVDLA_MCIF_CFG_WR_WEIGHT_0_w [7:0] ;
    if (d2l_NVDLA_MCIF_CFG_WR_WEIGHT_0_we) reg_NVDLA_MCIF_CFG_WR_WEIGHT_0_WR_WEIGHT_SDP_next = d2l_NVDLA_MCIF_CFG_WR_WEIGHT_0_w [15:8] ;
    if (d2l_NVDLA_MCIF_CFG_WR_WEIGHT_0_we) reg_NVDLA_MCIF_CFG_WR_WEIGHT_0_WR_WEIGHT_PDP_next = d2l_NVDLA_MCIF_CFG_WR_WEIGHT_0_w [23:16] ;
    if (d2l_NVDLA_MCIF_CFG_WR_WEIGHT_0_we) reg_NVDLA_MCIF_CFG_WR_WEIGHT_0_WR_WEIGHT_CDP_next = d2l_NVDLA_MCIF_CFG_WR_WEIGHT_0_w [31:24] ;
  end
  
  //------- reg assigns for NVDLA_MCIF_CFG_WR_WEIGHT_0
  always @ (posedge clk) begin
    if (reset) begin
      rg_NVDLA_MCIF_CFG_WR_WEIGHT_0_WR_WEIGHT_BDMA <= #1 8'h1;
      rg_NVDLA_MCIF_CFG_WR_WEIGHT_0_WR_WEIGHT_SDP <= #1 8'h1;
      rg_NVDLA_MCIF_CFG_WR_WEIGHT_0_WR_WEIGHT_PDP <= #1 8'h1;
      rg_NVDLA_MCIF_CFG_WR_WEIGHT_0_WR_WEIGHT_CDP <= #1 8'h1;
    end
    else begin
      rg_NVDLA_MCIF_CFG_WR_WEIGHT_0_WR_WEIGHT_BDMA <= #1  reg_NVDLA_MCIF_CFG_WR_WEIGHT_0_WR_WEIGHT_BDMA_next;
      rg_NVDLA_MCIF_CFG_WR_WEIGHT_0_WR_WEIGHT_SDP <= #1  reg_NVDLA_MCIF_CFG_WR_WEIGHT_0_WR_WEIGHT_SDP_next;
      rg_NVDLA_MCIF_CFG_WR_WEIGHT_0_WR_WEIGHT_PDP <= #1  reg_NVDLA_MCIF_CFG_WR_WEIGHT_0_WR_WEIGHT_PDP_next;
      rg_NVDLA_MCIF_CFG_WR_WEIGHT_0_WR_WEIGHT_CDP <= #1  reg_NVDLA_MCIF_CFG_WR_WEIGHT_0_WR_WEIGHT_CDP_next;
    end
  end
  
  //------- combinatorial assigns for NVDLA_MCIF_CFG_WR_WEIGHT_1
  always @ (*) begin
    reg_NVDLA_MCIF_CFG_WR_WEIGHT_1_WR_WEIGHT_RBK_next = rg_NVDLA_MCIF_CFG_WR_WEIGHT_1_WR_WEIGHT_RBK;
    l2h_NVDLA_MCIF_CFG_WR_WEIGHT_1_WR_WEIGHT_RBK_r = rg_NVDLA_MCIF_CFG_WR_WEIGHT_1_WR_WEIGHT_RBK;
    reg_NVDLA_MCIF_CFG_WR_WEIGHT_1_WR_WEIGHT_RSV_2_next = rg_NVDLA_MCIF_CFG_WR_WEIGHT_1_WR_WEIGHT_RSV_2;
    l2h_NVDLA_MCIF_CFG_WR_WEIGHT_1_WR_WEIGHT_RSV_2_r = rg_NVDLA_MCIF_CFG_WR_WEIGHT_1_WR_WEIGHT_RSV_2;
    reg_NVDLA_MCIF_CFG_WR_WEIGHT_1_WR_WEIGHT_RSV_1_next = rg_NVDLA_MCIF_CFG_WR_WEIGHT_1_WR_WEIGHT_RSV_1;
    l2h_NVDLA_MCIF_CFG_WR_WEIGHT_1_WR_WEIGHT_RSV_1_r = rg_NVDLA_MCIF_CFG_WR_WEIGHT_1_WR_WEIGHT_RSV_1;
    reg_NVDLA_MCIF_CFG_WR_WEIGHT_1_WR_WEIGHT_RSV_0_next = rg_NVDLA_MCIF_CFG_WR_WEIGHT_1_WR_WEIGHT_RSV_0;
    l2h_NVDLA_MCIF_CFG_WR_WEIGHT_1_WR_WEIGHT_RSV_0_r = rg_NVDLA_MCIF_CFG_WR_WEIGHT_1_WR_WEIGHT_RSV_0;
    if (d2l_NVDLA_MCIF_CFG_WR_WEIGHT_1_we) reg_NVDLA_MCIF_CFG_WR_WEIGHT_1_WR_WEIGHT_RBK_next = d2l_NVDLA_MCIF_CFG_WR_WEIGHT_1_w [7:0] ;
    if (d2l_NVDLA_MCIF_CFG_WR_WEIGHT_1_we) reg_NVDLA_MCIF_CFG_WR_WEIGHT_1_WR_WEIGHT_RSV_2_next = d2l_NVDLA_MCIF_CFG_WR_WEIGHT_1_w [15:8] ;
    if (d2l_NVDLA_MCIF_CFG_WR_WEIGHT_1_we) reg_NVDLA_MCIF_CFG_WR_WEIGHT_1_WR_WEIGHT_RSV_1_next = d2l_NVDLA_MCIF_CFG_WR_WEIGHT_1_w [23:16] ;
    if (d2l_NVDLA_MCIF_CFG_WR_WEIGHT_1_we) reg_NVDLA_MCIF_CFG_WR_WEIGHT_1_WR_WEIGHT_RSV_0_next = d2l_NVDLA_MCIF_CFG_WR_WEIGHT_1_w [31:24] ;
  end
  
  //------- reg assigns for NVDLA_MCIF_CFG_WR_WEIGHT_1
  always @ (posedge clk) begin
    if (reset) begin
      rg_NVDLA_MCIF_CFG_WR_WEIGHT_1_WR_WEIGHT_RBK <= #1 8'h1;
      rg_NVDLA_MCIF_CFG_WR_WEIGHT_1_WR_WEIGHT_RSV_2 <= #1 8'h1;
      rg_NVDLA_MCIF_CFG_WR_WEIGHT_1_WR_WEIGHT_RSV_1 <= #1 8'h1;
      rg_NVDLA_MCIF_CFG_WR_WEIGHT_1_WR_WEIGHT_RSV_0 <= #1 8'h1;
    end
    else begin
      rg_NVDLA_MCIF_CFG_WR_WEIGHT_1_WR_WEIGHT_RBK <= #1  reg_NVDLA_MCIF_CFG_WR_WEIGHT_1_WR_WEIGHT_RBK_next;
      rg_NVDLA_MCIF_CFG_WR_WEIGHT_1_WR_WEIGHT_RSV_2 <= #1  reg_NVDLA_MCIF_CFG_WR_WEIGHT_1_WR_WEIGHT_RSV_2_next;
      rg_NVDLA_MCIF_CFG_WR_WEIGHT_1_WR_WEIGHT_RSV_1 <= #1  reg_NVDLA_MCIF_CFG_WR_WEIGHT_1_WR_WEIGHT_RSV_1_next;
      rg_NVDLA_MCIF_CFG_WR_WEIGHT_1_WR_WEIGHT_RSV_0 <= #1  reg_NVDLA_MCIF_CFG_WR_WEIGHT_1_WR_WEIGHT_RSV_0_next;
    end
  end
  
  //------- combinatorial assigns for NVDLA_MCIF_CFG_OUTSTANDING_CNT
  always @ (*) begin
    reg_NVDLA_MCIF_CFG_OUTSTANDING_CNT_RD_OS_CNT_next = rg_NVDLA_MCIF_CFG_OUTSTANDING_CNT_RD_OS_CNT;
    l2h_NVDLA_MCIF_CFG_OUTSTANDING_CNT_RD_OS_CNT_r = rg_NVDLA_MCIF_CFG_OUTSTANDING_CNT_RD_OS_CNT;
    reg_NVDLA_MCIF_CFG_OUTSTANDING_CNT_WR_OS_CNT_next = rg_NVDLA_MCIF_CFG_OUTSTANDING_CNT_WR_OS_CNT;
    l2h_NVDLA_MCIF_CFG_OUTSTANDING_CNT_WR_OS_CNT_r = rg_NVDLA_MCIF_CFG_OUTSTANDING_CNT_WR_OS_CNT;
    if (d2l_NVDLA_MCIF_CFG_OUTSTANDING_CNT_we) reg_NVDLA_MCIF_CFG_OUTSTANDING_CNT_RD_OS_CNT_next = d2l_NVDLA_MCIF_CFG_OUTSTANDING_CNT_w [7:0] ;
    if (d2l_NVDLA_MCIF_CFG_OUTSTANDING_CNT_we) reg_NVDLA_MCIF_CFG_OUTSTANDING_CNT_WR_OS_CNT_next = d2l_NVDLA_MCIF_CFG_OUTSTANDING_CNT_w [15:8] ;
  end
  
  //------- reg assigns for NVDLA_MCIF_CFG_OUTSTANDING_CNT
  always @ (posedge clk) begin
    if (reset) begin
      rg_NVDLA_MCIF_CFG_OUTSTANDING_CNT_RD_OS_CNT <= #1 8'hff;
      rg_NVDLA_MCIF_CFG_OUTSTANDING_CNT_WR_OS_CNT <= #1 8'hff;
    end
    else begin
      rg_NVDLA_MCIF_CFG_OUTSTANDING_CNT_RD_OS_CNT <= #1  reg_NVDLA_MCIF_CFG_OUTSTANDING_CNT_RD_OS_CNT_next;
      rg_NVDLA_MCIF_CFG_OUTSTANDING_CNT_WR_OS_CNT <= #1  reg_NVDLA_MCIF_CFG_OUTSTANDING_CNT_WR_OS_CNT_next;
    end
  end
  
endmodule

//
//---------- module addrmap_NVDLA_jrdl_decode
//
module addrmap_NVDLA_jrdl_decode
(
  clk,
  reset,
  leaf_dec_wr_data,
  leaf_dec_addr,
  leaf_dec_block_sel,
  leaf_dec_valid,
  leaf_dec_wr_dvld,
  leaf_dec_cycle,
  leaf_dec_wr_width,
  l2d_NVDLA_MCIF_CFG_RD_WEIGHT_0_r,
  l2d_NVDLA_MCIF_CFG_RD_WEIGHT_1_r,
  l2d_NVDLA_MCIF_CFG_RD_WEIGHT_2_r,
  l2d_NVDLA_MCIF_CFG_WR_WEIGHT_0_r,
  l2d_NVDLA_MCIF_CFG_WR_WEIGHT_1_r,
  l2d_NVDLA_MCIF_CFG_OUTSTANDING_CNT_r,
  l2d_NVDLA_MCIF_STATUS_r,

  dec_leaf_rd_data,
  dec_leaf_ack,
  dec_leaf_nack,
  dec_leaf_accept,
  dec_leaf_reject,
  dec_leaf_retry_atomic,
  dec_leaf_data_width,
  d2l_NVDLA_MCIF_CFG_RD_WEIGHT_0_w,
  d2l_NVDLA_MCIF_CFG_RD_WEIGHT_0_we,
  d2l_NVDLA_MCIF_CFG_RD_WEIGHT_0_re,
  d2l_NVDLA_MCIF_CFG_RD_WEIGHT_1_w,
  d2l_NVDLA_MCIF_CFG_RD_WEIGHT_1_we,
  d2l_NVDLA_MCIF_CFG_RD_WEIGHT_1_re,
  d2l_NVDLA_MCIF_CFG_RD_WEIGHT_2_w,
  d2l_NVDLA_MCIF_CFG_RD_WEIGHT_2_we,
  d2l_NVDLA_MCIF_CFG_RD_WEIGHT_2_re,
  d2l_NVDLA_MCIF_CFG_WR_WEIGHT_0_w,
  d2l_NVDLA_MCIF_CFG_WR_WEIGHT_0_we,
  d2l_NVDLA_MCIF_CFG_WR_WEIGHT_0_re,
  d2l_NVDLA_MCIF_CFG_WR_WEIGHT_1_w,
  d2l_NVDLA_MCIF_CFG_WR_WEIGHT_1_we,
  d2l_NVDLA_MCIF_CFG_WR_WEIGHT_1_re,
  d2l_NVDLA_MCIF_CFG_OUTSTANDING_CNT_w,
  d2l_NVDLA_MCIF_CFG_OUTSTANDING_CNT_we,
  d2l_NVDLA_MCIF_CFG_OUTSTANDING_CNT_re,
  d2l_NVDLA_MCIF_STATUS_w,
  d2l_NVDLA_MCIF_STATUS_we,
  d2l_NVDLA_MCIF_STATUS_re );

  //------- inputs
  input    clk;
  input    reset;
  input     [31:0] leaf_dec_wr_data;
  input     [39:0] leaf_dec_addr;
  input    leaf_dec_block_sel;
  input    leaf_dec_valid;
  input    leaf_dec_wr_dvld;
  input     [1:0] leaf_dec_cycle;
  input     [2:0] leaf_dec_wr_width;
  input     [31:0] l2d_NVDLA_MCIF_CFG_RD_WEIGHT_0_r;
  input     [31:0] l2d_NVDLA_MCIF_CFG_RD_WEIGHT_1_r;
  input     [31:0] l2d_NVDLA_MCIF_CFG_RD_WEIGHT_2_r;
  input     [31:0] l2d_NVDLA_MCIF_CFG_WR_WEIGHT_0_r;
  input     [31:0] l2d_NVDLA_MCIF_CFG_WR_WEIGHT_1_r;
  input     [31:0] l2d_NVDLA_MCIF_CFG_OUTSTANDING_CNT_r;
  input     [31:0] l2d_NVDLA_MCIF_STATUS_r;

  //------- outputs
  output     [31:0] dec_leaf_rd_data;
  output    dec_leaf_ack;
  output    dec_leaf_nack;
  output    dec_leaf_accept;
  output    dec_leaf_reject;
  output    dec_leaf_retry_atomic;
  output     [2:0] dec_leaf_data_width;
  output     [31:0] d2l_NVDLA_MCIF_CFG_RD_WEIGHT_0_w;
  output    d2l_NVDLA_MCIF_CFG_RD_WEIGHT_0_we;
  output    d2l_NVDLA_MCIF_CFG_RD_WEIGHT_0_re;
  output     [31:0] d2l_NVDLA_MCIF_CFG_RD_WEIGHT_1_w;
  output    d2l_NVDLA_MCIF_CFG_RD_WEIGHT_1_we;
  output    d2l_NVDLA_MCIF_CFG_RD_WEIGHT_1_re;
  output     [31:0] d2l_NVDLA_MCIF_CFG_RD_WEIGHT_2_w;
  output    d2l_NVDLA_MCIF_CFG_RD_WEIGHT_2_we;
  output    d2l_NVDLA_MCIF_CFG_RD_WEIGHT_2_re;
  output     [31:0] d2l_NVDLA_MCIF_CFG_WR_WEIGHT_0_w;
  output    d2l_NVDLA_MCIF_CFG_WR_WEIGHT_0_we;
  output    d2l_NVDLA_MCIF_CFG_WR_WEIGHT_0_re;
  output     [31:0] d2l_NVDLA_MCIF_CFG_WR_WEIGHT_1_w;
  output    d2l_NVDLA_MCIF_CFG_WR_WEIGHT_1_we;
  output    d2l_NVDLA_MCIF_CFG_WR_WEIGHT_1_re;
  output     [31:0] d2l_NVDLA_MCIF_CFG_OUTSTANDING_CNT_w;
  output    d2l_NVDLA_MCIF_CFG_OUTSTANDING_CNT_we;
  output    d2l_NVDLA_MCIF_CFG_OUTSTANDING_CNT_re;
  output     [31:0] d2l_NVDLA_MCIF_STATUS_w;
  output    d2l_NVDLA_MCIF_STATUS_we;
  output    d2l_NVDLA_MCIF_STATUS_re;


  //------- wire defines
  wire   [31:0] pio_dec_write_data;
  wire   [13:2] pio_dec_address;
  wire  pio_dec_read;
  wire  pio_dec_write;
  wire   [39:0] block_sel_addr;
  wire  block_sel;
  wire  leaf_dec_valid_active;
  wire  leaf_dec_wr_dvld_active;
  
  //------- reg defines
  reg   [31:0] d2l_NVDLA_MCIF_CFG_RD_WEIGHT_0_w;
  reg  d2l_NVDLA_MCIF_CFG_RD_WEIGHT_0_we;
  reg  d2l_NVDLA_MCIF_CFG_RD_WEIGHT_0_re;
  reg   [31:0] d2l_NVDLA_MCIF_CFG_RD_WEIGHT_1_w;
  reg  d2l_NVDLA_MCIF_CFG_RD_WEIGHT_1_we;
  reg  d2l_NVDLA_MCIF_CFG_RD_WEIGHT_1_re;
  reg   [31:0] d2l_NVDLA_MCIF_CFG_RD_WEIGHT_2_w;
  reg  d2l_NVDLA_MCIF_CFG_RD_WEIGHT_2_we;
  reg  d2l_NVDLA_MCIF_CFG_RD_WEIGHT_2_re;
  reg   [31:0] d2l_NVDLA_MCIF_CFG_WR_WEIGHT_0_w;
  reg  d2l_NVDLA_MCIF_CFG_WR_WEIGHT_0_we;
  reg  d2l_NVDLA_MCIF_CFG_WR_WEIGHT_0_re;
  reg   [31:0] d2l_NVDLA_MCIF_CFG_WR_WEIGHT_1_w;
  reg  d2l_NVDLA_MCIF_CFG_WR_WEIGHT_1_we;
  reg  d2l_NVDLA_MCIF_CFG_WR_WEIGHT_1_re;
  reg   [31:0] d2l_NVDLA_MCIF_CFG_OUTSTANDING_CNT_w;
  reg  d2l_NVDLA_MCIF_CFG_OUTSTANDING_CNT_we;
  reg  d2l_NVDLA_MCIF_CFG_OUTSTANDING_CNT_re;
  reg   [31:0] d2l_NVDLA_MCIF_STATUS_w;
  reg  d2l_NVDLA_MCIF_STATUS_we;
  reg  d2l_NVDLA_MCIF_STATUS_re;
  reg  leaf_dec_valid_hld1;
  reg  leaf_dec_valid_hld1_next;
  reg  leaf_dec_wr_dvld_hld1;
  reg  leaf_dec_wr_dvld_hld1_next;
  reg  pio_write_active;
  reg  pio_read_active;
  reg   [13:2] pio_dec_address_d1;
  reg   [31:0] pio_dec_write_data_d1;
  reg   [31:0] dec_pio_read_data;
  reg   [31:0] dec_pio_read_data_d1;
  reg  dec_pio_ack;
  reg  dec_pio_nack;
  reg  dec_pio_ack_next;
  reg  dec_pio_nack_next;
  reg  pio_internal_ack;
  reg  pio_internal_nack;
  reg  pio_external_ack;
  reg  pio_external_nack;
  reg  pio_external_ack_next;
  reg  pio_external_nack_next;
  reg  pio_no_acks;
  reg  pio_activate_write;
  reg  pio_activate_read;
  reg   [31:0] dec_pio_read_data_next;
  reg  external_transaction_active;
  
  
  //------- assigns
  assign  pio_dec_write_data = leaf_dec_wr_data;
  assign  dec_leaf_rd_data = dec_pio_read_data;
  assign  dec_leaf_ack = dec_pio_ack;
  assign  dec_leaf_nack = dec_pio_nack;
  assign  pio_dec_address = leaf_dec_addr [13:2] ;
  assign  block_sel_addr = 40'h0;
  assign  block_sel = leaf_dec_block_sel;
  assign  leaf_dec_wr_dvld_active = leaf_dec_wr_dvld | leaf_dec_wr_dvld_hld1;
  assign  leaf_dec_valid_active = leaf_dec_valid | leaf_dec_valid_hld1;
  assign  dec_leaf_accept = leaf_dec_valid & block_sel;
  assign  dec_leaf_reject = leaf_dec_valid & ~block_sel;
  assign  pio_dec_read = block_sel & leaf_dec_valid_active & (leaf_dec_cycle == 2'b10);
  assign  pio_dec_write = block_sel & leaf_dec_wr_dvld_active & (leaf_dec_cycle[1] == 1'b0);
  assign  dec_leaf_retry_atomic = 1'b0;
  assign  dec_leaf_data_width = 3'b0;
  
  //------- combinatorial assigns for pio read data
  always @ (*) begin
    dec_pio_read_data = dec_pio_read_data_d1;
  end
  
  //------- reg assigns for pio read data
  always @ (posedge clk) begin
    if (reset) begin
      dec_pio_read_data_d1 <= #1  32'b0;
    end
    else begin
      dec_pio_read_data_d1 <= #1 dec_pio_read_data_next;
    end
  end
  
  //------- reg assigns for pio i/f
  always @ (posedge clk) begin
    if (reset) begin
      pio_write_active <= #1  1'b0;
      pio_read_active <= #1  1'b0;
    end
    else begin
      pio_write_active <= #1  pio_write_active ? pio_no_acks : pio_activate_write;
      pio_read_active <= #1  pio_read_active ? pio_no_acks : pio_activate_read;
      pio_dec_address_d1 <= #1   pio_dec_address;
      pio_dec_write_data_d1 <= #1  pio_dec_write_data;
    end
  end
  
  //------- combinatorial assigns for leaf i/f
  always @ (*) begin
    leaf_dec_valid_hld1_next = leaf_dec_valid | leaf_dec_valid_hld1;
    if (dec_pio_ack_next | dec_pio_nack_next) leaf_dec_valid_hld1_next = 1'b0;
    leaf_dec_wr_dvld_hld1_next = leaf_dec_wr_dvld | leaf_dec_wr_dvld_hld1;
    if (dec_pio_ack_next | dec_pio_nack_next | leaf_dec_valid) leaf_dec_wr_dvld_hld1_next = 1'b0;
  end
  
  //------- reg assigns for leaf i/f
  always @ (posedge clk) begin
    if (reset) begin
      leaf_dec_valid_hld1 <= #1  1'b0;
      leaf_dec_wr_dvld_hld1 <= #1  1'b0;
    end
    else begin
      leaf_dec_valid_hld1 <= #1 leaf_dec_valid_hld1_next;
      leaf_dec_wr_dvld_hld1 <= #1 leaf_dec_wr_dvld_hld1_next;
    end
  end
  
  //------- combinatorial assigns for pio ack/nack
  always @ (*) begin
    pio_internal_nack = (pio_read_active | pio_write_active) & ~pio_internal_ack & ~external_transaction_active;
    dec_pio_ack_next = (pio_internal_ack | (pio_external_ack_next & external_transaction_active));
    dec_pio_nack_next = (pio_internal_nack | (pio_external_nack_next & external_transaction_active));
    pio_no_acks = ~(dec_pio_ack | dec_pio_nack | pio_external_ack | pio_external_nack);
    pio_activate_write = (pio_dec_write & ~(dec_pio_ack | dec_pio_nack));
    pio_activate_read = (pio_dec_read & ~(dec_pio_ack | dec_pio_nack));
  end
  
  //------- reg assigns for pio ack/nack
  always @ (posedge clk) begin
    if (reset) begin
      dec_pio_ack <= #1 1'b0;
      dec_pio_nack <= #1 1'b0;
      pio_external_ack <= #1  1'b0;
      pio_external_nack <= #1  1'b0;
    end
    else begin
      dec_pio_ack <= #1 dec_pio_ack ? 1'b0 : dec_pio_ack_next;
      dec_pio_nack <= #1 dec_pio_nack ? 1'b0 : dec_pio_nack_next;
      pio_external_ack <= #1 pio_external_ack_next;
      pio_external_nack <= #1 pio_external_nack_next;
    end
  end
  
  
  //------- address decode
  always @ (*) begin
    pio_internal_ack = 1'b0;
    external_transaction_active = 1'b0;
    pio_external_ack_next = 1'b0;
    pio_external_nack_next = 1'b0;
    dec_pio_read_data_next = 32'b0;
    
    d2l_NVDLA_MCIF_CFG_RD_WEIGHT_0_w = pio_dec_write_data_d1  [31:0] ;
    d2l_NVDLA_MCIF_CFG_RD_WEIGHT_0_we = 1'b0;
    d2l_NVDLA_MCIF_CFG_RD_WEIGHT_0_re = 1'b0;
    d2l_NVDLA_MCIF_CFG_RD_WEIGHT_1_w = pio_dec_write_data_d1  [31:0] ;
    d2l_NVDLA_MCIF_CFG_RD_WEIGHT_1_we = 1'b0;
    d2l_NVDLA_MCIF_CFG_RD_WEIGHT_1_re = 1'b0;
    d2l_NVDLA_MCIF_CFG_RD_WEIGHT_2_w = pio_dec_write_data_d1  [31:0] ;
    d2l_NVDLA_MCIF_CFG_RD_WEIGHT_2_we = 1'b0;
    d2l_NVDLA_MCIF_CFG_RD_WEIGHT_2_re = 1'b0;
    d2l_NVDLA_MCIF_CFG_WR_WEIGHT_0_w = pio_dec_write_data_d1  [31:0] ;
    d2l_NVDLA_MCIF_CFG_WR_WEIGHT_0_we = 1'b0;
    d2l_NVDLA_MCIF_CFG_WR_WEIGHT_0_re = 1'b0;
    d2l_NVDLA_MCIF_CFG_WR_WEIGHT_1_w = pio_dec_write_data_d1  [31:0] ;
    d2l_NVDLA_MCIF_CFG_WR_WEIGHT_1_we = 1'b0;
    d2l_NVDLA_MCIF_CFG_WR_WEIGHT_1_re = 1'b0;
    d2l_NVDLA_MCIF_CFG_OUTSTANDING_CNT_w = pio_dec_write_data_d1  [31:0] ;
    d2l_NVDLA_MCIF_CFG_OUTSTANDING_CNT_we = 1'b0;
    d2l_NVDLA_MCIF_CFG_OUTSTANDING_CNT_re = 1'b0;
    d2l_NVDLA_MCIF_STATUS_w = pio_dec_write_data_d1  [31:0] ;
    d2l_NVDLA_MCIF_STATUS_we = 1'b0;
    d2l_NVDLA_MCIF_STATUS_re = 1'b0;
    
    casez(pio_dec_address_d1)
    //  Register: NVDLA_MCIF.CFG_RD_WEIGHT_0     Address: 0x2000     External: false
    12'b100000000000:
      begin
        d2l_NVDLA_MCIF_CFG_RD_WEIGHT_0_we = pio_write_active & ~dec_pio_ack;
        d2l_NVDLA_MCIF_CFG_RD_WEIGHT_0_re = pio_read_active & ~dec_pio_ack;
        pio_internal_ack =  pio_read_active | pio_write_active;
        dec_pio_read_data_next  [31:0]  = l2d_NVDLA_MCIF_CFG_RD_WEIGHT_0_r;
      end
    //  Register: NVDLA_MCIF.CFG_RD_WEIGHT_1     Address: 0x2004     External: false
    12'b100000000001:
      begin
        d2l_NVDLA_MCIF_CFG_RD_WEIGHT_1_we = pio_write_active & ~dec_pio_ack;
        d2l_NVDLA_MCIF_CFG_RD_WEIGHT_1_re = pio_read_active & ~dec_pio_ack;
        pio_internal_ack =  pio_read_active | pio_write_active;
        dec_pio_read_data_next  [31:0]  = l2d_NVDLA_MCIF_CFG_RD_WEIGHT_1_r;
      end
    //  Register: NVDLA_MCIF.CFG_RD_WEIGHT_2     Address: 0x2008     External: false
    12'b100000000010:
      begin
        d2l_NVDLA_MCIF_CFG_RD_WEIGHT_2_we = pio_write_active & ~dec_pio_ack;
        d2l_NVDLA_MCIF_CFG_RD_WEIGHT_2_re = pio_read_active & ~dec_pio_ack;
        pio_internal_ack =  pio_read_active | pio_write_active;
        dec_pio_read_data_next  [31:0]  = l2d_NVDLA_MCIF_CFG_RD_WEIGHT_2_r;
      end
    //  Register: NVDLA_MCIF.CFG_WR_WEIGHT_0     Address: 0x200c     External: false
    12'b100000000011:
      begin
        d2l_NVDLA_MCIF_CFG_WR_WEIGHT_0_we = pio_write_active & ~dec_pio_ack;
        d2l_NVDLA_MCIF_CFG_WR_WEIGHT_0_re = pio_read_active & ~dec_pio_ack;
        pio_internal_ack =  pio_read_active | pio_write_active;
        dec_pio_read_data_next  [31:0]  = l2d_NVDLA_MCIF_CFG_WR_WEIGHT_0_r;
      end
    //  Register: NVDLA_MCIF.CFG_WR_WEIGHT_1     Address: 0x2010     External: false
    12'b100000000100:
      begin
        d2l_NVDLA_MCIF_CFG_WR_WEIGHT_1_we = pio_write_active & ~dec_pio_ack;
        d2l_NVDLA_MCIF_CFG_WR_WEIGHT_1_re = pio_read_active & ~dec_pio_ack;
        pio_internal_ack =  pio_read_active | pio_write_active;
        dec_pio_read_data_next  [31:0]  = l2d_NVDLA_MCIF_CFG_WR_WEIGHT_1_r;
      end
    //  Register: NVDLA_MCIF.CFG_OUTSTANDING_CNT     Address: 0x2014     External: false
    12'b100000000101:
      begin
        d2l_NVDLA_MCIF_CFG_OUTSTANDING_CNT_we = pio_write_active & ~dec_pio_ack;
        d2l_NVDLA_MCIF_CFG_OUTSTANDING_CNT_re = pio_read_active & ~dec_pio_ack;
        pio_internal_ack =  pio_read_active | pio_write_active;
        dec_pio_read_data_next  [31:0]  = l2d_NVDLA_MCIF_CFG_OUTSTANDING_CNT_r;
      end
    //  Register: NVDLA_MCIF.STATUS     Address: 0x2018     External: false
    12'b100000000110:
      begin
        d2l_NVDLA_MCIF_STATUS_we = pio_write_active & ~dec_pio_ack;
        d2l_NVDLA_MCIF_STATUS_re = pio_read_active & ~dec_pio_ack;
        pio_internal_ack =  pio_read_active;
        dec_pio_read_data_next  [31:0]  = l2d_NVDLA_MCIF_STATUS_r;
      end
    endcase
  end
  
endmodule

//
//---------- module addrmap_NVDLA_pio
//
module addrmap_NVDLA_pio
(
  clk,
  reset,
  h2l_NVDLA_MCIF_STATUS_IDLE_w,
  leaf_dec_wr_data,
  leaf_dec_addr,
  leaf_dec_block_sel,
  leaf_dec_valid,
  leaf_dec_wr_dvld,
  leaf_dec_cycle,
  leaf_dec_wr_width,

  l2h_NVDLA_MCIF_CFG_RD_WEIGHT_0_RD_WEIGHT_BDMA_r,
  l2h_NVDLA_MCIF_CFG_RD_WEIGHT_0_RD_WEIGHT_SDP_r,
  l2h_NVDLA_MCIF_CFG_RD_WEIGHT_0_RD_WEIGHT_PDP_r,
  l2h_NVDLA_MCIF_CFG_RD_WEIGHT_0_RD_WEIGHT_CDP_r,
  l2h_NVDLA_MCIF_CFG_RD_WEIGHT_1_RD_WEIGHT_SDP_B_r,
  l2h_NVDLA_MCIF_CFG_RD_WEIGHT_1_RD_WEIGHT_SDP_N_r,
  l2h_NVDLA_MCIF_CFG_RD_WEIGHT_1_RD_WEIGHT_SDP_E_r,
  l2h_NVDLA_MCIF_CFG_RD_WEIGHT_1_RD_WEIGHT_CDMA_DAT_r,
  l2h_NVDLA_MCIF_CFG_RD_WEIGHT_2_RD_WEIGHT_CDMA_WT_r,
  l2h_NVDLA_MCIF_CFG_RD_WEIGHT_2_RD_WEIGHT_RBK_r,
  l2h_NVDLA_MCIF_CFG_RD_WEIGHT_2_RD_WEIGHT_RSV_1_r,
  l2h_NVDLA_MCIF_CFG_RD_WEIGHT_2_RD_WEIGHT_RSV_0_r,
  l2h_NVDLA_MCIF_CFG_WR_WEIGHT_0_WR_WEIGHT_BDMA_r,
  l2h_NVDLA_MCIF_CFG_WR_WEIGHT_0_WR_WEIGHT_SDP_r,
  l2h_NVDLA_MCIF_CFG_WR_WEIGHT_0_WR_WEIGHT_PDP_r,
  l2h_NVDLA_MCIF_CFG_WR_WEIGHT_0_WR_WEIGHT_CDP_r,
  l2h_NVDLA_MCIF_CFG_WR_WEIGHT_1_WR_WEIGHT_RBK_r,
  l2h_NVDLA_MCIF_CFG_WR_WEIGHT_1_WR_WEIGHT_RSV_2_r,
  l2h_NVDLA_MCIF_CFG_WR_WEIGHT_1_WR_WEIGHT_RSV_1_r,
  l2h_NVDLA_MCIF_CFG_WR_WEIGHT_1_WR_WEIGHT_RSV_0_r,
  l2h_NVDLA_MCIF_CFG_OUTSTANDING_CNT_RD_OS_CNT_r,
  l2h_NVDLA_MCIF_CFG_OUTSTANDING_CNT_WR_OS_CNT_r,
  dec_leaf_rd_data,
  dec_leaf_ack,
  dec_leaf_nack,
  dec_leaf_accept,
  dec_leaf_reject,
  dec_leaf_retry_atomic,
  dec_leaf_data_width );

  //------- inputs
  input    clk;
  input    reset;
  input    h2l_NVDLA_MCIF_STATUS_IDLE_w;
  input     [31:0] leaf_dec_wr_data;
  input     [39:0] leaf_dec_addr;
  input    leaf_dec_block_sel;
  input    leaf_dec_valid;
  input    leaf_dec_wr_dvld;
  input     [1:0] leaf_dec_cycle;
  input     [2:0] leaf_dec_wr_width;

  //------- outputs
  output     [7:0] l2h_NVDLA_MCIF_CFG_RD_WEIGHT_0_RD_WEIGHT_BDMA_r;
  output     [7:0] l2h_NVDLA_MCIF_CFG_RD_WEIGHT_0_RD_WEIGHT_SDP_r;
  output     [7:0] l2h_NVDLA_MCIF_CFG_RD_WEIGHT_0_RD_WEIGHT_PDP_r;
  output     [7:0] l2h_NVDLA_MCIF_CFG_RD_WEIGHT_0_RD_WEIGHT_CDP_r;
  output     [7:0] l2h_NVDLA_MCIF_CFG_RD_WEIGHT_1_RD_WEIGHT_SDP_B_r;
  output     [7:0] l2h_NVDLA_MCIF_CFG_RD_WEIGHT_1_RD_WEIGHT_SDP_N_r;
  output     [7:0] l2h_NVDLA_MCIF_CFG_RD_WEIGHT_1_RD_WEIGHT_SDP_E_r;
  output     [7:0] l2h_NVDLA_MCIF_CFG_RD_WEIGHT_1_RD_WEIGHT_CDMA_DAT_r;
  output     [7:0] l2h_NVDLA_MCIF_CFG_RD_WEIGHT_2_RD_WEIGHT_CDMA_WT_r;
  output     [7:0] l2h_NVDLA_MCIF_CFG_RD_WEIGHT_2_RD_WEIGHT_RBK_r;
  output     [7:0] l2h_NVDLA_MCIF_CFG_RD_WEIGHT_2_RD_WEIGHT_RSV_1_r;
  output     [7:0] l2h_NVDLA_MCIF_CFG_RD_WEIGHT_2_RD_WEIGHT_RSV_0_r;
  output     [7:0] l2h_NVDLA_MCIF_CFG_WR_WEIGHT_0_WR_WEIGHT_BDMA_r;
  output     [7:0] l2h_NVDLA_MCIF_CFG_WR_WEIGHT_0_WR_WEIGHT_SDP_r;
  output     [7:0] l2h_NVDLA_MCIF_CFG_WR_WEIGHT_0_WR_WEIGHT_PDP_r;
  output     [7:0] l2h_NVDLA_MCIF_CFG_WR_WEIGHT_0_WR_WEIGHT_CDP_r;
  output     [7:0] l2h_NVDLA_MCIF_CFG_WR_WEIGHT_1_WR_WEIGHT_RBK_r;
  output     [7:0] l2h_NVDLA_MCIF_CFG_WR_WEIGHT_1_WR_WEIGHT_RSV_2_r;
  output     [7:0] l2h_NVDLA_MCIF_CFG_WR_WEIGHT_1_WR_WEIGHT_RSV_1_r;
  output     [7:0] l2h_NVDLA_MCIF_CFG_WR_WEIGHT_1_WR_WEIGHT_RSV_0_r;
  output     [7:0] l2h_NVDLA_MCIF_CFG_OUTSTANDING_CNT_RD_OS_CNT_r;
  output     [7:0] l2h_NVDLA_MCIF_CFG_OUTSTANDING_CNT_WR_OS_CNT_r;
  output     [31:0] dec_leaf_rd_data;
  output    dec_leaf_ack;
  output    dec_leaf_nack;
  output    dec_leaf_accept;
  output    dec_leaf_reject;
  output    dec_leaf_retry_atomic;
  output     [2:0] dec_leaf_data_width;


  //------- wire defines
  wire   [31:0] d2l_NVDLA_MCIF_CFG_RD_WEIGHT_0_w;
  wire  d2l_NVDLA_MCIF_CFG_RD_WEIGHT_0_we;
  wire  d2l_NVDLA_MCIF_CFG_RD_WEIGHT_0_re;
  wire   [31:0] d2l_NVDLA_MCIF_CFG_RD_WEIGHT_1_w;
  wire  d2l_NVDLA_MCIF_CFG_RD_WEIGHT_1_we;
  wire  d2l_NVDLA_MCIF_CFG_RD_WEIGHT_1_re;
  wire   [31:0] d2l_NVDLA_MCIF_CFG_RD_WEIGHT_2_w;
  wire  d2l_NVDLA_MCIF_CFG_RD_WEIGHT_2_we;
  wire  d2l_NVDLA_MCIF_CFG_RD_WEIGHT_2_re;
  wire   [31:0] d2l_NVDLA_MCIF_CFG_WR_WEIGHT_0_w;
  wire  d2l_NVDLA_MCIF_CFG_WR_WEIGHT_0_we;
  wire  d2l_NVDLA_MCIF_CFG_WR_WEIGHT_0_re;
  wire   [31:0] d2l_NVDLA_MCIF_CFG_WR_WEIGHT_1_w;
  wire  d2l_NVDLA_MCIF_CFG_WR_WEIGHT_1_we;
  wire  d2l_NVDLA_MCIF_CFG_WR_WEIGHT_1_re;
  wire   [31:0] d2l_NVDLA_MCIF_CFG_OUTSTANDING_CNT_w;
  wire  d2l_NVDLA_MCIF_CFG_OUTSTANDING_CNT_we;
  wire  d2l_NVDLA_MCIF_CFG_OUTSTANDING_CNT_re;
  wire   [31:0] d2l_NVDLA_MCIF_STATUS_w;
  wire  d2l_NVDLA_MCIF_STATUS_we;
  wire  d2l_NVDLA_MCIF_STATUS_re;
  wire   [31:0] l2d_NVDLA_MCIF_CFG_RD_WEIGHT_0_r;
  wire   [31:0] l2d_NVDLA_MCIF_CFG_RD_WEIGHT_1_r;
  wire   [31:0] l2d_NVDLA_MCIF_CFG_RD_WEIGHT_2_r;
  wire   [31:0] l2d_NVDLA_MCIF_CFG_WR_WEIGHT_0_r;
  wire   [31:0] l2d_NVDLA_MCIF_CFG_WR_WEIGHT_1_r;
  wire   [31:0] l2d_NVDLA_MCIF_CFG_OUTSTANDING_CNT_r;
  wire   [31:0] l2d_NVDLA_MCIF_STATUS_r;
  
  
  addrmap_NVDLA_jrdl_decode pio_decode (
    .clk(clk),
    .reset(reset),
    .leaf_dec_wr_data(leaf_dec_wr_data),
    .leaf_dec_addr(leaf_dec_addr),
    .leaf_dec_block_sel(leaf_dec_block_sel),
    .leaf_dec_valid(leaf_dec_valid),
    .leaf_dec_wr_dvld(leaf_dec_wr_dvld),
    .leaf_dec_cycle(leaf_dec_cycle),
    .leaf_dec_wr_width(leaf_dec_wr_width),
    .l2d_NVDLA_MCIF_CFG_RD_WEIGHT_0_r(l2d_NVDLA_MCIF_CFG_RD_WEIGHT_0_r),
    .l2d_NVDLA_MCIF_CFG_RD_WEIGHT_1_r(l2d_NVDLA_MCIF_CFG_RD_WEIGHT_1_r),
    .l2d_NVDLA_MCIF_CFG_RD_WEIGHT_2_r(l2d_NVDLA_MCIF_CFG_RD_WEIGHT_2_r),
    .l2d_NVDLA_MCIF_CFG_WR_WEIGHT_0_r(l2d_NVDLA_MCIF_CFG_WR_WEIGHT_0_r),
    .l2d_NVDLA_MCIF_CFG_WR_WEIGHT_1_r(l2d_NVDLA_MCIF_CFG_WR_WEIGHT_1_r),
    .l2d_NVDLA_MCIF_CFG_OUTSTANDING_CNT_r(l2d_NVDLA_MCIF_CFG_OUTSTANDING_CNT_r),
    .l2d_NVDLA_MCIF_STATUS_r(l2d_NVDLA_MCIF_STATUS_r),
    .dec_leaf_rd_data(dec_leaf_rd_data),
    .dec_leaf_ack(dec_leaf_ack),
    .dec_leaf_nack(dec_leaf_nack),
    .dec_leaf_accept(dec_leaf_accept),
    .dec_leaf_reject(dec_leaf_reject),
    .dec_leaf_retry_atomic(dec_leaf_retry_atomic),
    .dec_leaf_data_width(dec_leaf_data_width),
    .d2l_NVDLA_MCIF_CFG_RD_WEIGHT_0_w(d2l_NVDLA_MCIF_CFG_RD_WEIGHT_0_w),
    .d2l_NVDLA_MCIF_CFG_RD_WEIGHT_0_we(d2l_NVDLA_MCIF_CFG_RD_WEIGHT_0_we),
    .d2l_NVDLA_MCIF_CFG_RD_WEIGHT_0_re(d2l_NVDLA_MCIF_CFG_RD_WEIGHT_0_re),
    .d2l_NVDLA_MCIF_CFG_RD_WEIGHT_1_w(d2l_NVDLA_MCIF_CFG_RD_WEIGHT_1_w),
    .d2l_NVDLA_MCIF_CFG_RD_WEIGHT_1_we(d2l_NVDLA_MCIF_CFG_RD_WEIGHT_1_we),
    .d2l_NVDLA_MCIF_CFG_RD_WEIGHT_1_re(d2l_NVDLA_MCIF_CFG_RD_WEIGHT_1_re),
    .d2l_NVDLA_MCIF_CFG_RD_WEIGHT_2_w(d2l_NVDLA_MCIF_CFG_RD_WEIGHT_2_w),
    .d2l_NVDLA_MCIF_CFG_RD_WEIGHT_2_we(d2l_NVDLA_MCIF_CFG_RD_WEIGHT_2_we),
    .d2l_NVDLA_MCIF_CFG_RD_WEIGHT_2_re(d2l_NVDLA_MCIF_CFG_RD_WEIGHT_2_re),
    .d2l_NVDLA_MCIF_CFG_WR_WEIGHT_0_w(d2l_NVDLA_MCIF_CFG_WR_WEIGHT_0_w),
    .d2l_NVDLA_MCIF_CFG_WR_WEIGHT_0_we(d2l_NVDLA_MCIF_CFG_WR_WEIGHT_0_we),
    .d2l_NVDLA_MCIF_CFG_WR_WEIGHT_0_re(d2l_NVDLA_MCIF_CFG_WR_WEIGHT_0_re),
    .d2l_NVDLA_MCIF_CFG_WR_WEIGHT_1_w(d2l_NVDLA_MCIF_CFG_WR_WEIGHT_1_w),
    .d2l_NVDLA_MCIF_CFG_WR_WEIGHT_1_we(d2l_NVDLA_MCIF_CFG_WR_WEIGHT_1_we),
    .d2l_NVDLA_MCIF_CFG_WR_WEIGHT_1_re(d2l_NVDLA_MCIF_CFG_WR_WEIGHT_1_re),
    .d2l_NVDLA_MCIF_CFG_OUTSTANDING_CNT_w(d2l_NVDLA_MCIF_CFG_OUTSTANDING_CNT_w),
    .d2l_NVDLA_MCIF_CFG_OUTSTANDING_CNT_we(d2l_NVDLA_MCIF_CFG_OUTSTANDING_CNT_we),
    .d2l_NVDLA_MCIF_CFG_OUTSTANDING_CNT_re(d2l_NVDLA_MCIF_CFG_OUTSTANDING_CNT_re),
    .d2l_NVDLA_MCIF_STATUS_w(d2l_NVDLA_MCIF_STATUS_w),
    .d2l_NVDLA_MCIF_STATUS_we(d2l_NVDLA_MCIF_STATUS_we),
    .d2l_NVDLA_MCIF_STATUS_re(d2l_NVDLA_MCIF_STATUS_re) );
    
  addrmap_NVDLA_jrdl_logic pio_logic (
    .clk(clk),
    .reset(reset),
    .d2l_NVDLA_MCIF_CFG_RD_WEIGHT_0_w(d2l_NVDLA_MCIF_CFG_RD_WEIGHT_0_w),
    .d2l_NVDLA_MCIF_CFG_RD_WEIGHT_0_we(d2l_NVDLA_MCIF_CFG_RD_WEIGHT_0_we),
    .d2l_NVDLA_MCIF_CFG_RD_WEIGHT_0_re(d2l_NVDLA_MCIF_CFG_RD_WEIGHT_0_re),
    .d2l_NVDLA_MCIF_CFG_RD_WEIGHT_1_w(d2l_NVDLA_MCIF_CFG_RD_WEIGHT_1_w),
    .d2l_NVDLA_MCIF_CFG_RD_WEIGHT_1_we(d2l_NVDLA_MCIF_CFG_RD_WEIGHT_1_we),
    .d2l_NVDLA_MCIF_CFG_RD_WEIGHT_1_re(d2l_NVDLA_MCIF_CFG_RD_WEIGHT_1_re),
    .d2l_NVDLA_MCIF_CFG_RD_WEIGHT_2_w(d2l_NVDLA_MCIF_CFG_RD_WEIGHT_2_w),
    .d2l_NVDLA_MCIF_CFG_RD_WEIGHT_2_we(d2l_NVDLA_MCIF_CFG_RD_WEIGHT_2_we),
    .d2l_NVDLA_MCIF_CFG_RD_WEIGHT_2_re(d2l_NVDLA_MCIF_CFG_RD_WEIGHT_2_re),
    .d2l_NVDLA_MCIF_CFG_WR_WEIGHT_0_w(d2l_NVDLA_MCIF_CFG_WR_WEIGHT_0_w),
    .d2l_NVDLA_MCIF_CFG_WR_WEIGHT_0_we(d2l_NVDLA_MCIF_CFG_WR_WEIGHT_0_we),
    .d2l_NVDLA_MCIF_CFG_WR_WEIGHT_0_re(d2l_NVDLA_MCIF_CFG_WR_WEIGHT_0_re),
    .d2l_NVDLA_MCIF_CFG_WR_WEIGHT_1_w(d2l_NVDLA_MCIF_CFG_WR_WEIGHT_1_w),
    .d2l_NVDLA_MCIF_CFG_WR_WEIGHT_1_we(d2l_NVDLA_MCIF_CFG_WR_WEIGHT_1_we),
    .d2l_NVDLA_MCIF_CFG_WR_WEIGHT_1_re(d2l_NVDLA_MCIF_CFG_WR_WEIGHT_1_re),
    .d2l_NVDLA_MCIF_CFG_OUTSTANDING_CNT_w(d2l_NVDLA_MCIF_CFG_OUTSTANDING_CNT_w),
    .d2l_NVDLA_MCIF_CFG_OUTSTANDING_CNT_we(d2l_NVDLA_MCIF_CFG_OUTSTANDING_CNT_we),
    .d2l_NVDLA_MCIF_CFG_OUTSTANDING_CNT_re(d2l_NVDLA_MCIF_CFG_OUTSTANDING_CNT_re),
    .d2l_NVDLA_MCIF_STATUS_w(d2l_NVDLA_MCIF_STATUS_w),
    .d2l_NVDLA_MCIF_STATUS_we(d2l_NVDLA_MCIF_STATUS_we),
    .d2l_NVDLA_MCIF_STATUS_re(d2l_NVDLA_MCIF_STATUS_re),
    .h2l_NVDLA_MCIF_STATUS_IDLE_w(h2l_NVDLA_MCIF_STATUS_IDLE_w),
    .l2d_NVDLA_MCIF_CFG_RD_WEIGHT_0_r(l2d_NVDLA_MCIF_CFG_RD_WEIGHT_0_r),
    .l2d_NVDLA_MCIF_CFG_RD_WEIGHT_1_r(l2d_NVDLA_MCIF_CFG_RD_WEIGHT_1_r),
    .l2d_NVDLA_MCIF_CFG_RD_WEIGHT_2_r(l2d_NVDLA_MCIF_CFG_RD_WEIGHT_2_r),
    .l2d_NVDLA_MCIF_CFG_WR_WEIGHT_0_r(l2d_NVDLA_MCIF_CFG_WR_WEIGHT_0_r),
    .l2d_NVDLA_MCIF_CFG_WR_WEIGHT_1_r(l2d_NVDLA_MCIF_CFG_WR_WEIGHT_1_r),
    .l2d_NVDLA_MCIF_CFG_OUTSTANDING_CNT_r(l2d_NVDLA_MCIF_CFG_OUTSTANDING_CNT_r),
    .l2d_NVDLA_MCIF_STATUS_r(l2d_NVDLA_MCIF_STATUS_r),
    .l2h_NVDLA_MCIF_CFG_RD_WEIGHT_0_RD_WEIGHT_BDMA_r(l2h_NVDLA_MCIF_CFG_RD_WEIGHT_0_RD_WEIGHT_BDMA_r),
    .l2h_NVDLA_MCIF_CFG_RD_WEIGHT_0_RD_WEIGHT_SDP_r(l2h_NVDLA_MCIF_CFG_RD_WEIGHT_0_RD_WEIGHT_SDP_r),
    .l2h_NVDLA_MCIF_CFG_RD_WEIGHT_0_RD_WEIGHT_PDP_r(l2h_NVDLA_MCIF_CFG_RD_WEIGHT_0_RD_WEIGHT_PDP_r),
    .l2h_NVDLA_MCIF_CFG_RD_WEIGHT_0_RD_WEIGHT_CDP_r(l2h_NVDLA_MCIF_CFG_RD_WEIGHT_0_RD_WEIGHT_CDP_r),
    .l2h_NVDLA_MCIF_CFG_RD_WEIGHT_1_RD_WEIGHT_SDP_B_r(l2h_NVDLA_MCIF_CFG_RD_WEIGHT_1_RD_WEIGHT_SDP_B_r),
    .l2h_NVDLA_MCIF_CFG_RD_WEIGHT_1_RD_WEIGHT_SDP_N_r(l2h_NVDLA_MCIF_CFG_RD_WEIGHT_1_RD_WEIGHT_SDP_N_r),
    .l2h_NVDLA_MCIF_CFG_RD_WEIGHT_1_RD_WEIGHT_SDP_E_r(l2h_NVDLA_MCIF_CFG_RD_WEIGHT_1_RD_WEIGHT_SDP_E_r),
    .l2h_NVDLA_MCIF_CFG_RD_WEIGHT_1_RD_WEIGHT_CDMA_DAT_r(l2h_NVDLA_MCIF_CFG_RD_WEIGHT_1_RD_WEIGHT_CDMA_DAT_r),
    .l2h_NVDLA_MCIF_CFG_RD_WEIGHT_2_RD_WEIGHT_CDMA_WT_r(l2h_NVDLA_MCIF_CFG_RD_WEIGHT_2_RD_WEIGHT_CDMA_WT_r),
    .l2h_NVDLA_MCIF_CFG_RD_WEIGHT_2_RD_WEIGHT_RBK_r(l2h_NVDLA_MCIF_CFG_RD_WEIGHT_2_RD_WEIGHT_RBK_r),
    .l2h_NVDLA_MCIF_CFG_RD_WEIGHT_2_RD_WEIGHT_RSV_1_r(l2h_NVDLA_MCIF_CFG_RD_WEIGHT_2_RD_WEIGHT_RSV_1_r),
    .l2h_NVDLA_MCIF_CFG_RD_WEIGHT_2_RD_WEIGHT_RSV_0_r(l2h_NVDLA_MCIF_CFG_RD_WEIGHT_2_RD_WEIGHT_RSV_0_r),
    .l2h_NVDLA_MCIF_CFG_WR_WEIGHT_0_WR_WEIGHT_BDMA_r(l2h_NVDLA_MCIF_CFG_WR_WEIGHT_0_WR_WEIGHT_BDMA_r),
    .l2h_NVDLA_MCIF_CFG_WR_WEIGHT_0_WR_WEIGHT_SDP_r(l2h_NVDLA_MCIF_CFG_WR_WEIGHT_0_WR_WEIGHT_SDP_r),
    .l2h_NVDLA_MCIF_CFG_WR_WEIGHT_0_WR_WEIGHT_PDP_r(l2h_NVDLA_MCIF_CFG_WR_WEIGHT_0_WR_WEIGHT_PDP_r),
    .l2h_NVDLA_MCIF_CFG_WR_WEIGHT_0_WR_WEIGHT_CDP_r(l2h_NVDLA_MCIF_CFG_WR_WEIGHT_0_WR_WEIGHT_CDP_r),
    .l2h_NVDLA_MCIF_CFG_WR_WEIGHT_1_WR_WEIGHT_RBK_r(l2h_NVDLA_MCIF_CFG_WR_WEIGHT_1_WR_WEIGHT_RBK_r),
    .l2h_NVDLA_MCIF_CFG_WR_WEIGHT_1_WR_WEIGHT_RSV_2_r(l2h_NVDLA_MCIF_CFG_WR_WEIGHT_1_WR_WEIGHT_RSV_2_r),
    .l2h_NVDLA_MCIF_CFG_WR_WEIGHT_1_WR_WEIGHT_RSV_1_r(l2h_NVDLA_MCIF_CFG_WR_WEIGHT_1_WR_WEIGHT_RSV_1_r),
    .l2h_NVDLA_MCIF_CFG_WR_WEIGHT_1_WR_WEIGHT_RSV_0_r(l2h_NVDLA_MCIF_CFG_WR_WEIGHT_1_WR_WEIGHT_RSV_0_r),
    .l2h_NVDLA_MCIF_CFG_OUTSTANDING_CNT_RD_OS_CNT_r(l2h_NVDLA_MCIF_CFG_OUTSTANDING_CNT_RD_OS_CNT_r),
    .l2h_NVDLA_MCIF_CFG_OUTSTANDING_CNT_WR_OS_CNT_r(l2h_NVDLA_MCIF_CFG_OUTSTANDING_CNT_WR_OS_CNT_r) );
    
endmodule